Bréfritari: Benedikt Hálfdanarson
Dagsetning: A-1879-05-04
Skrifað á: Vesturheimi

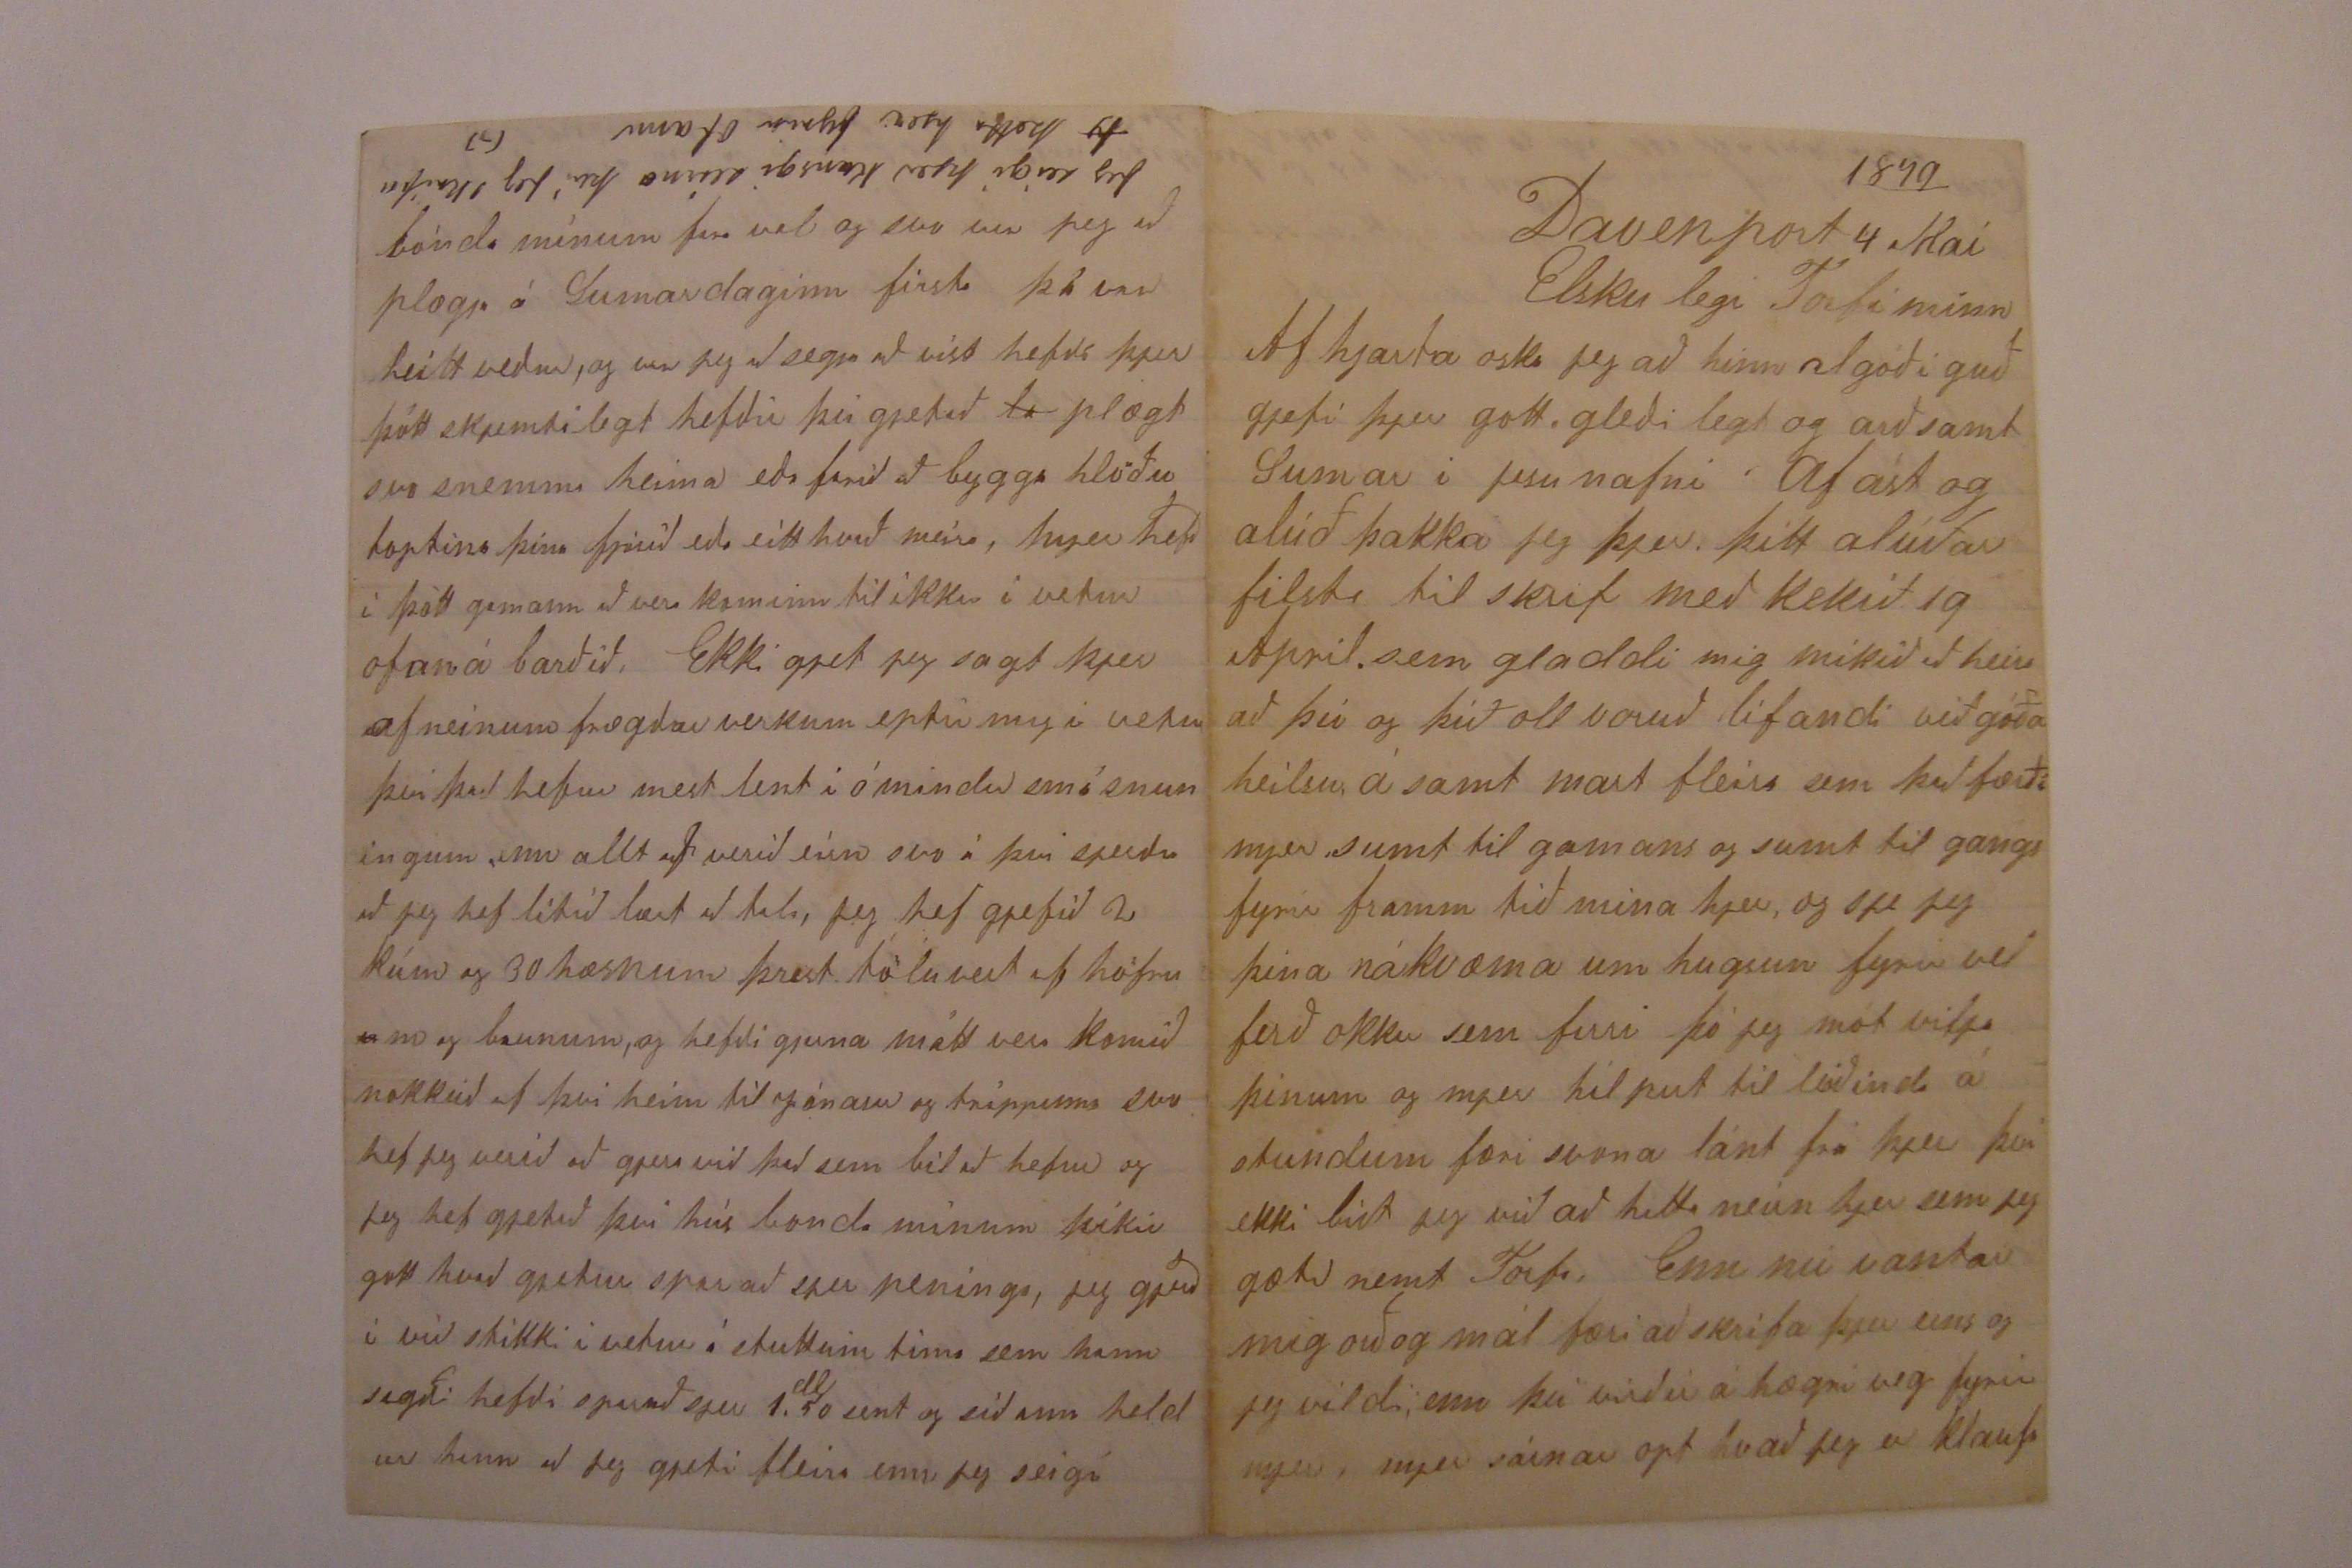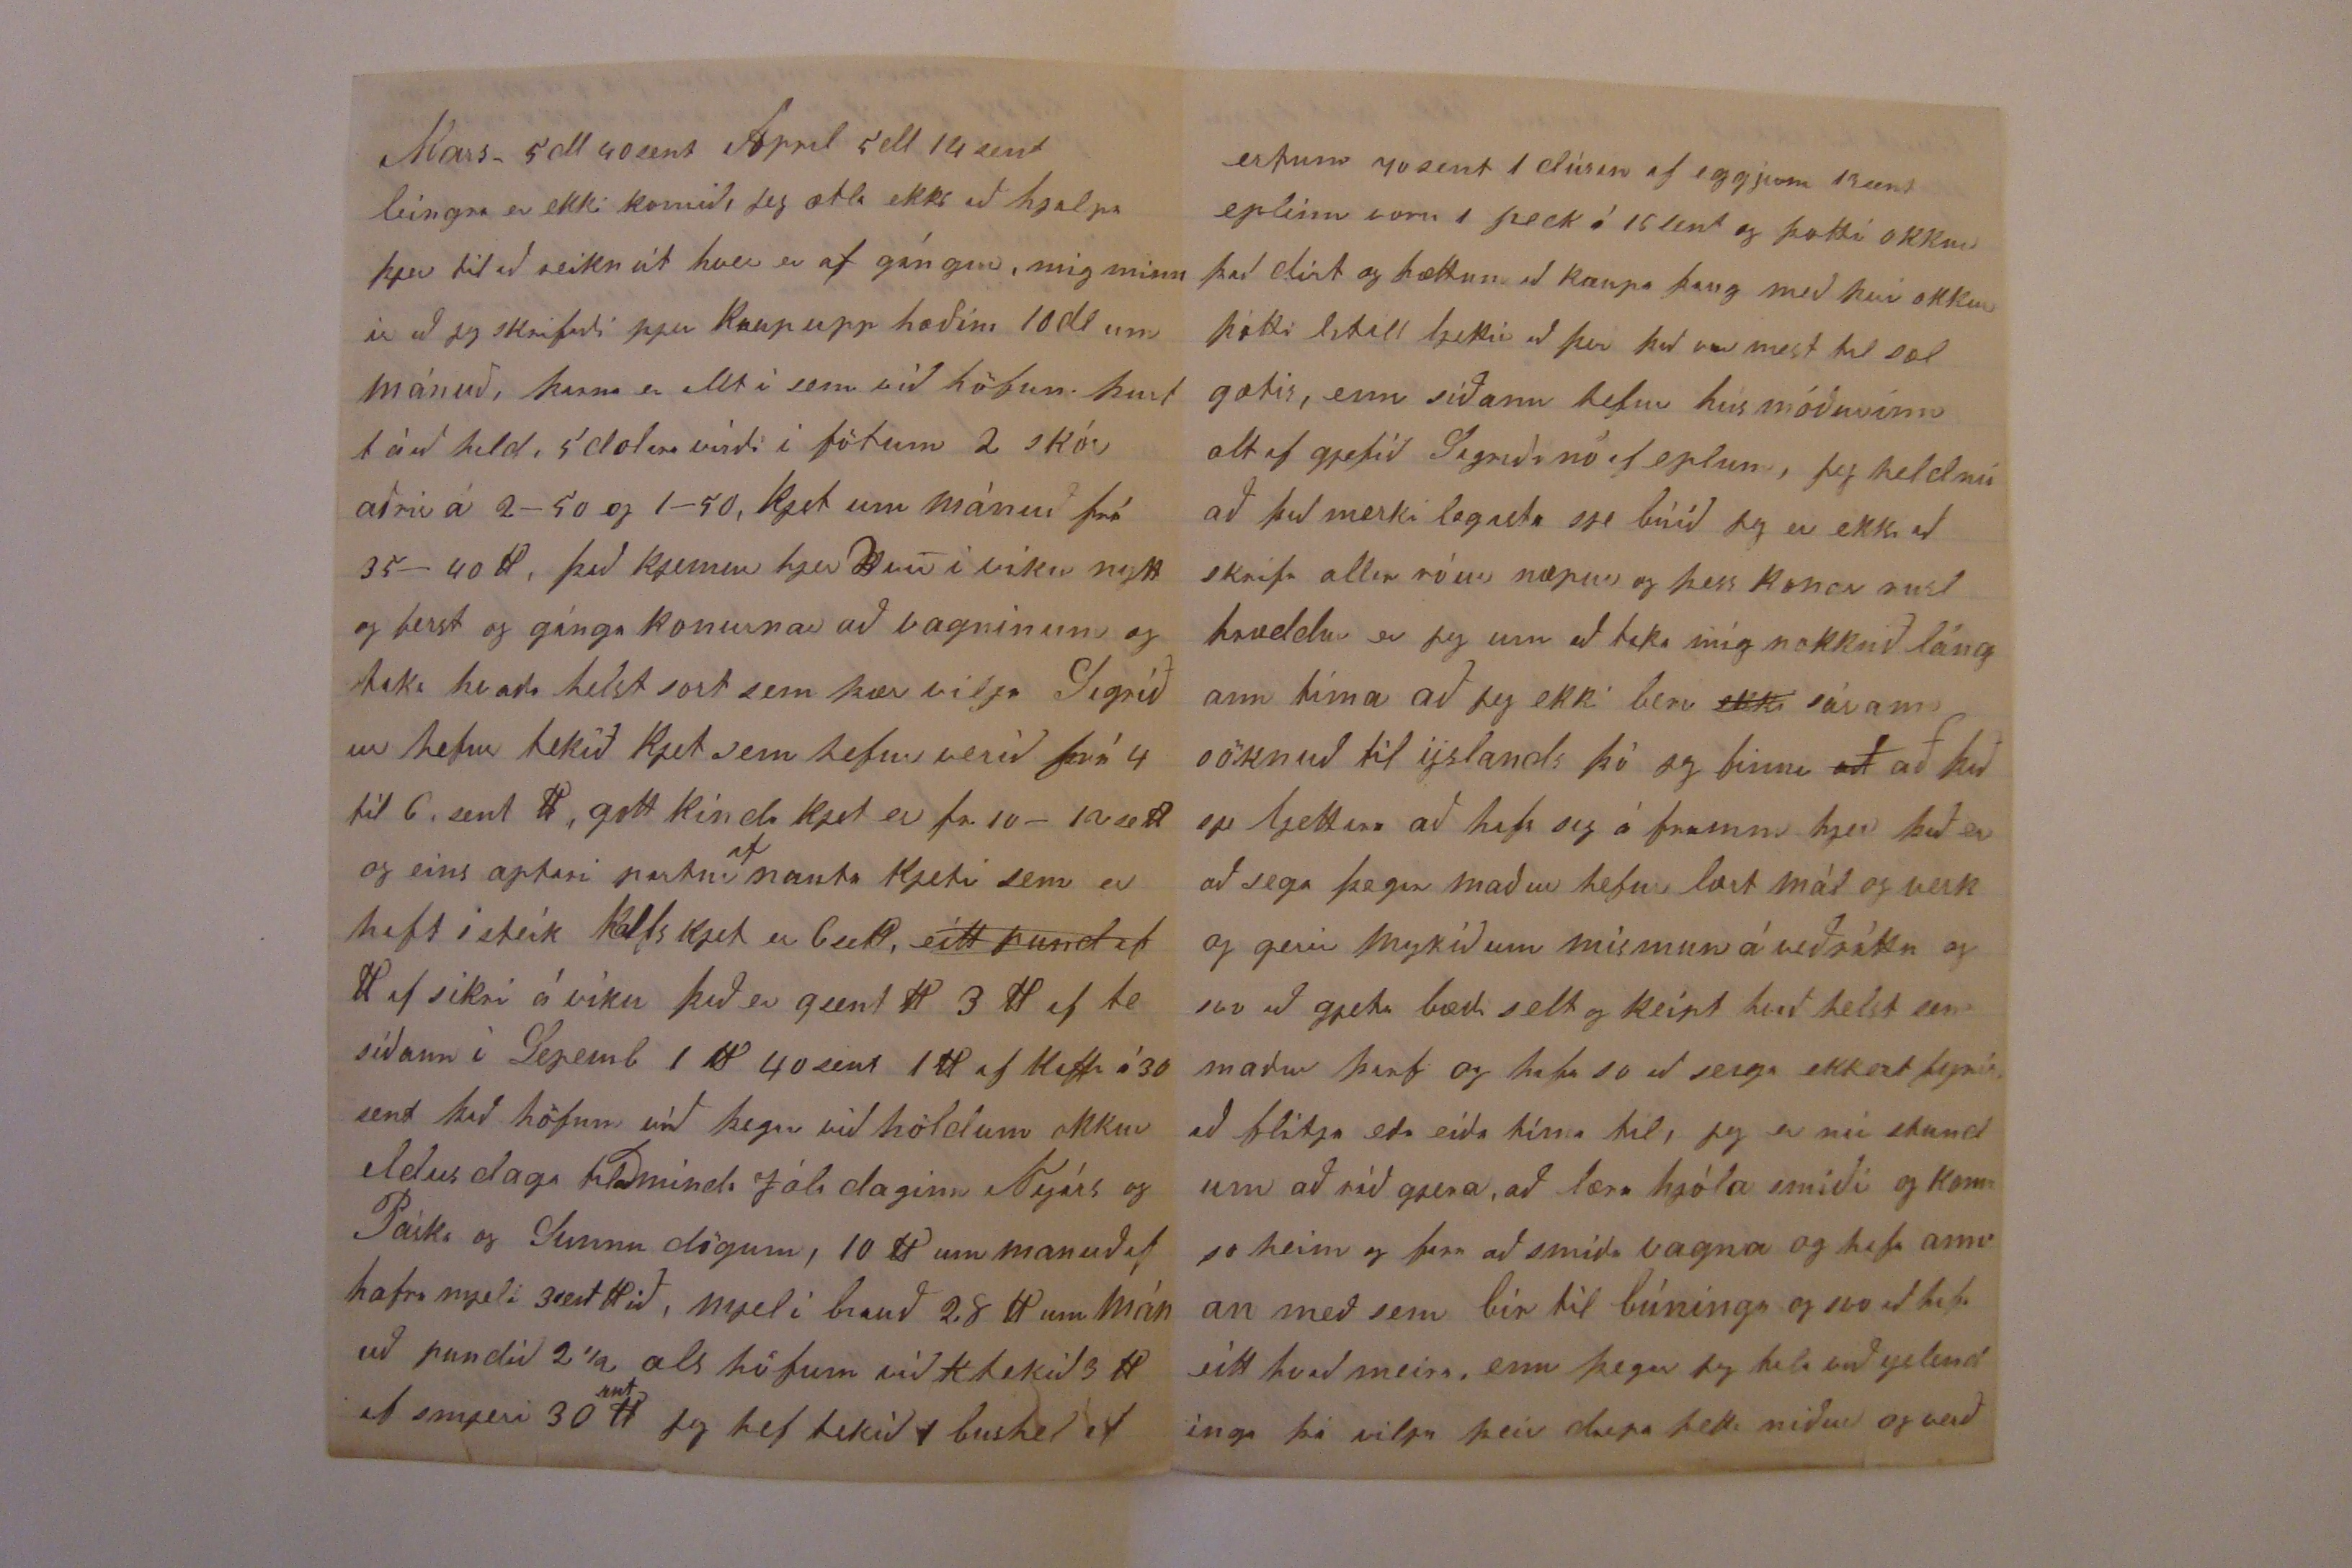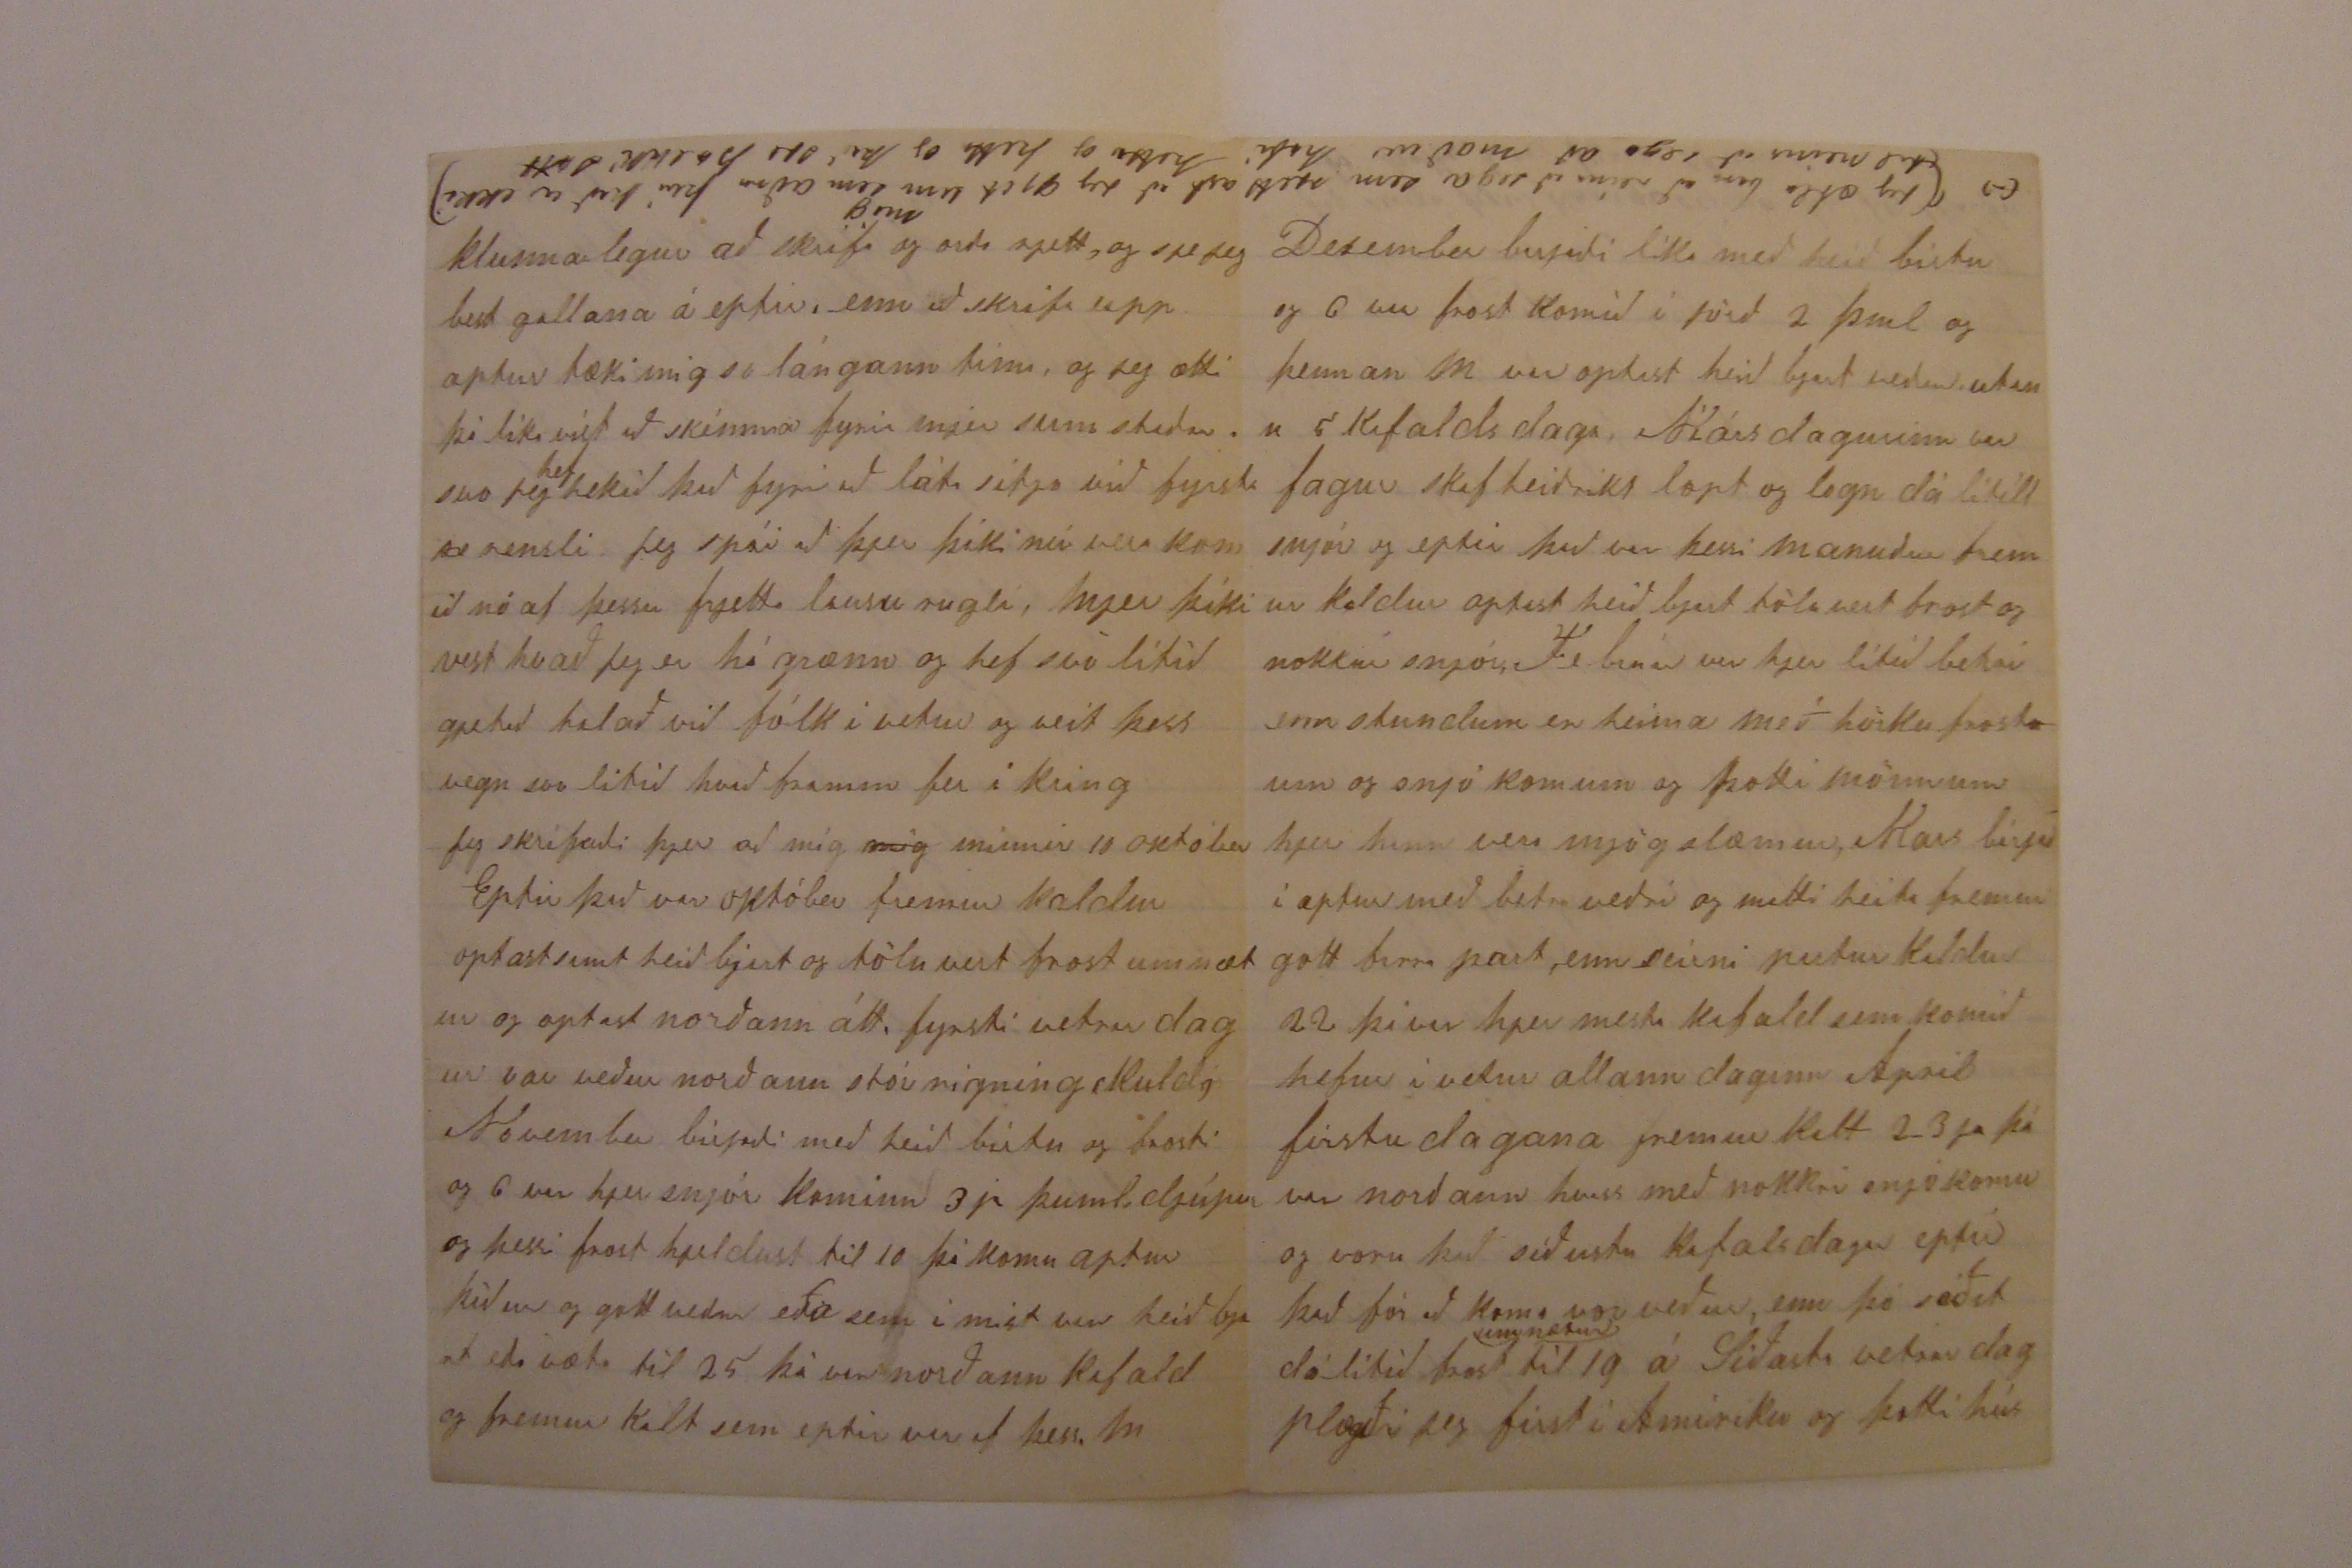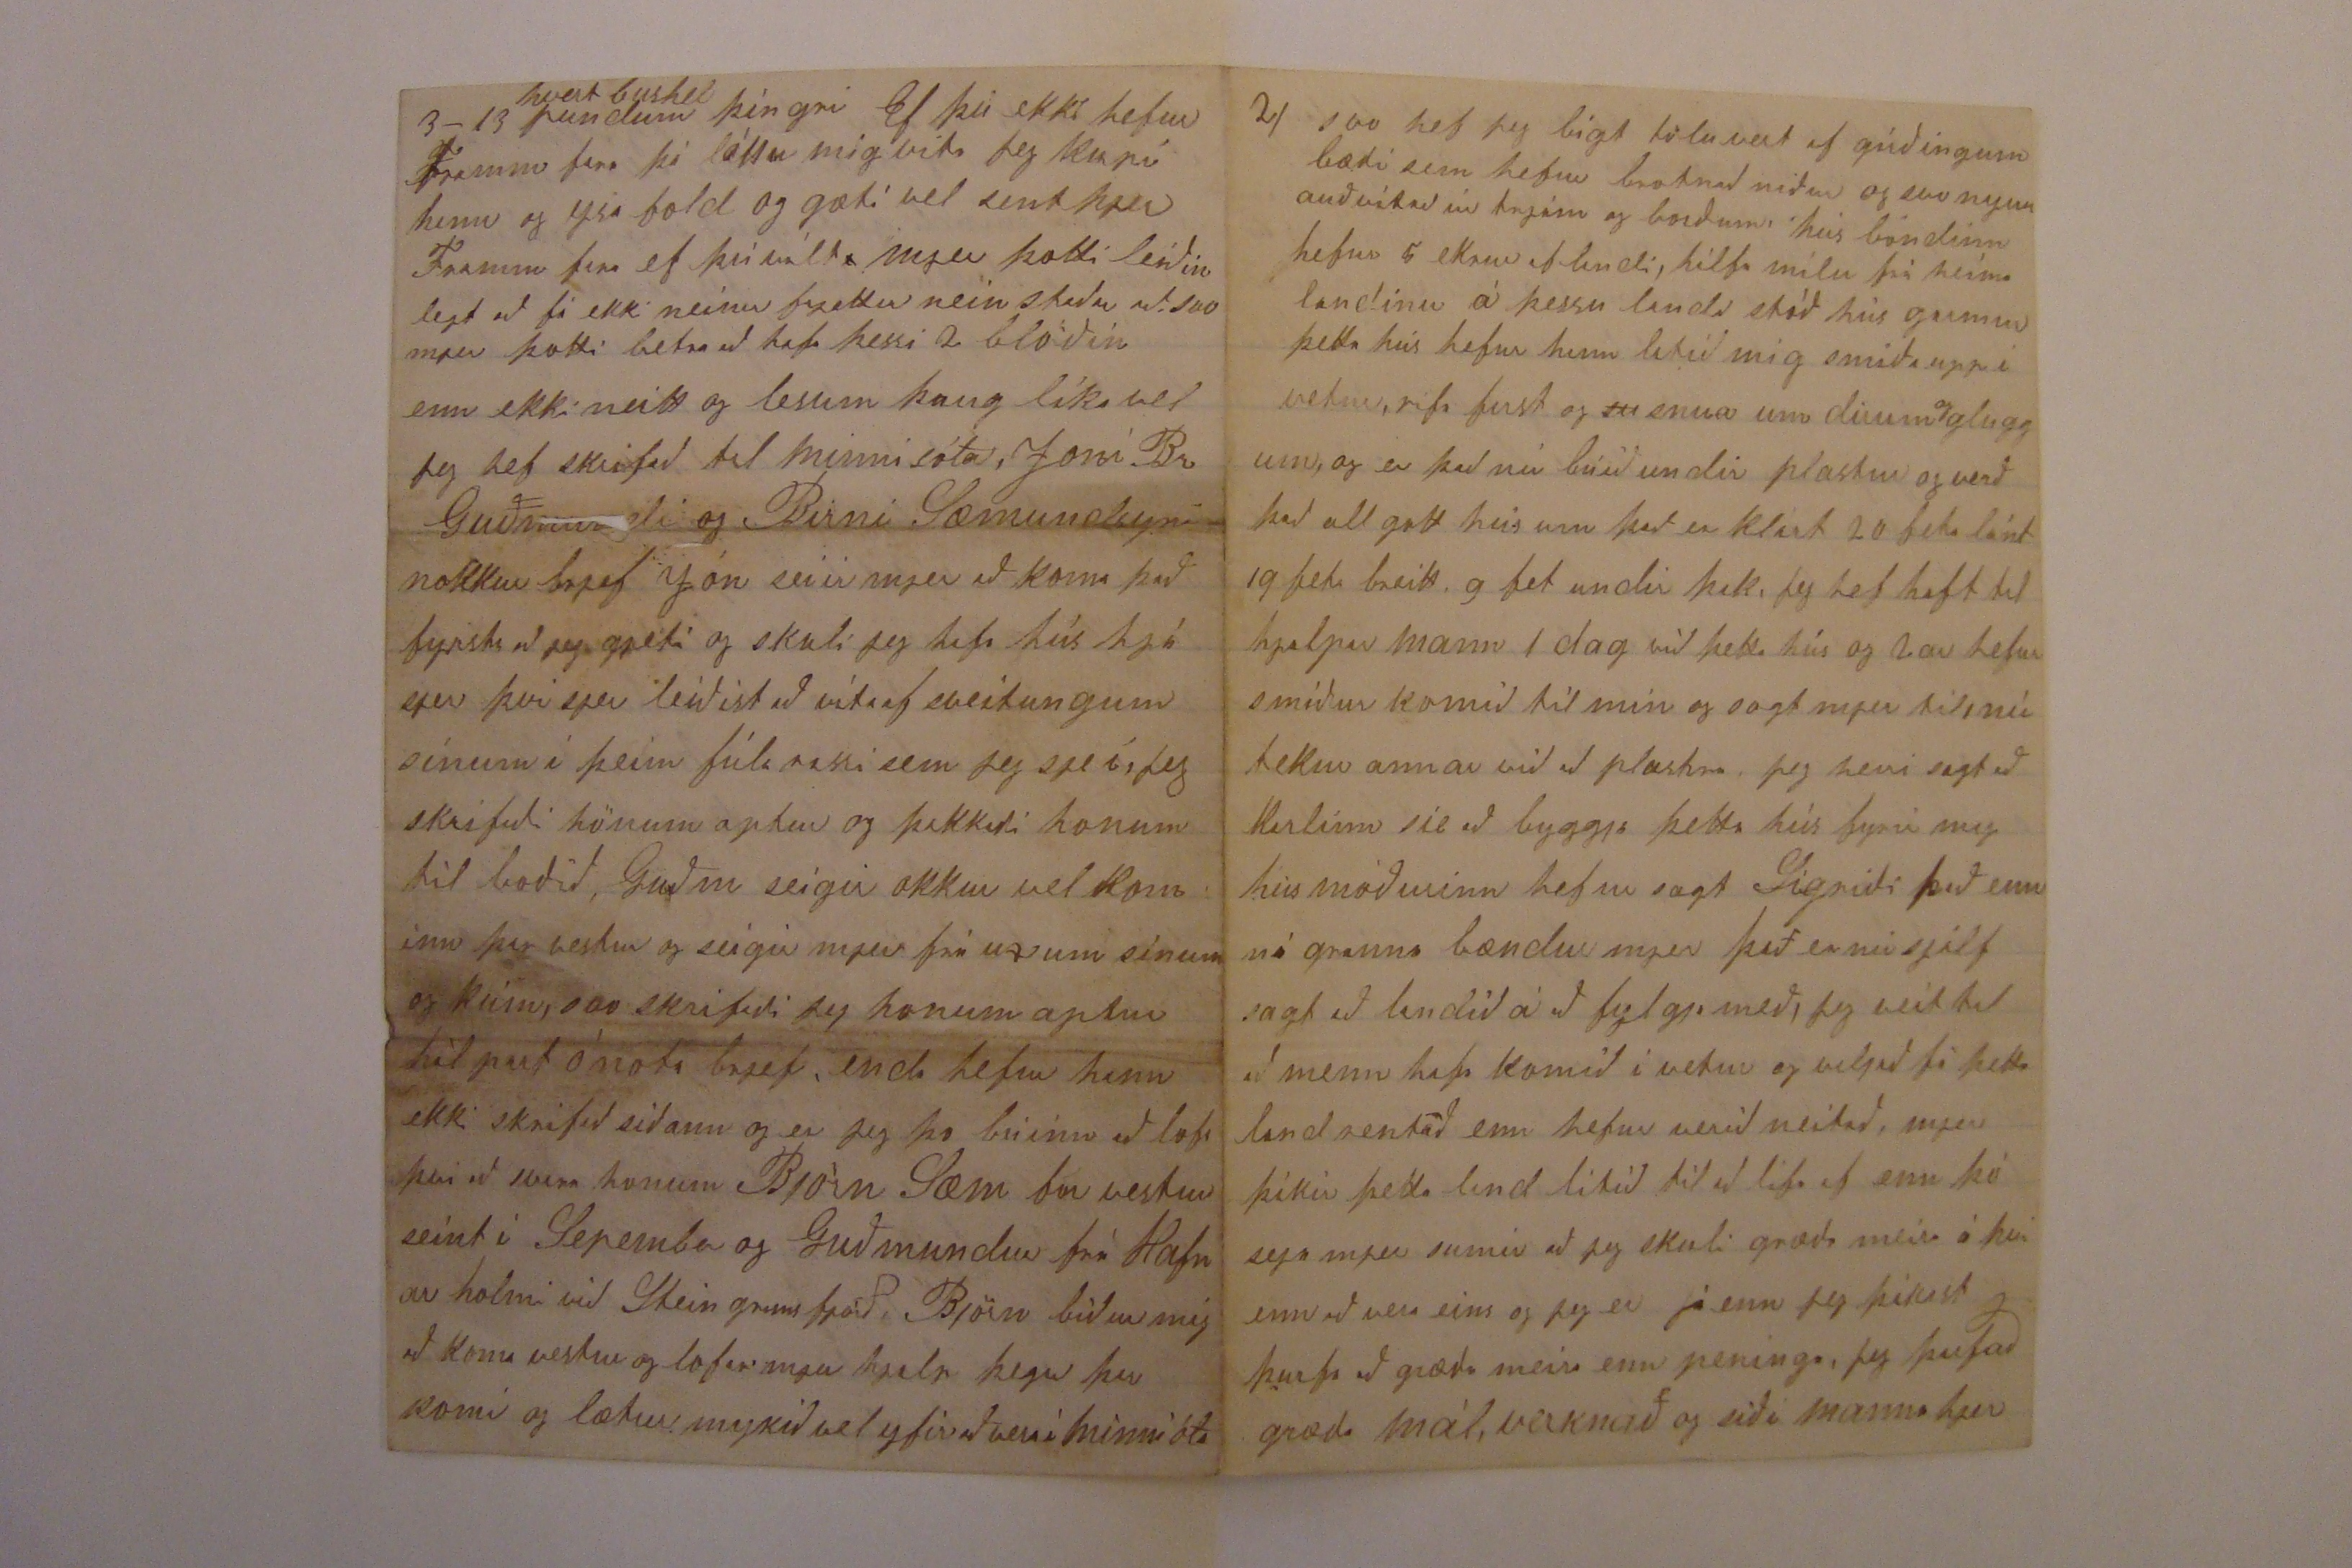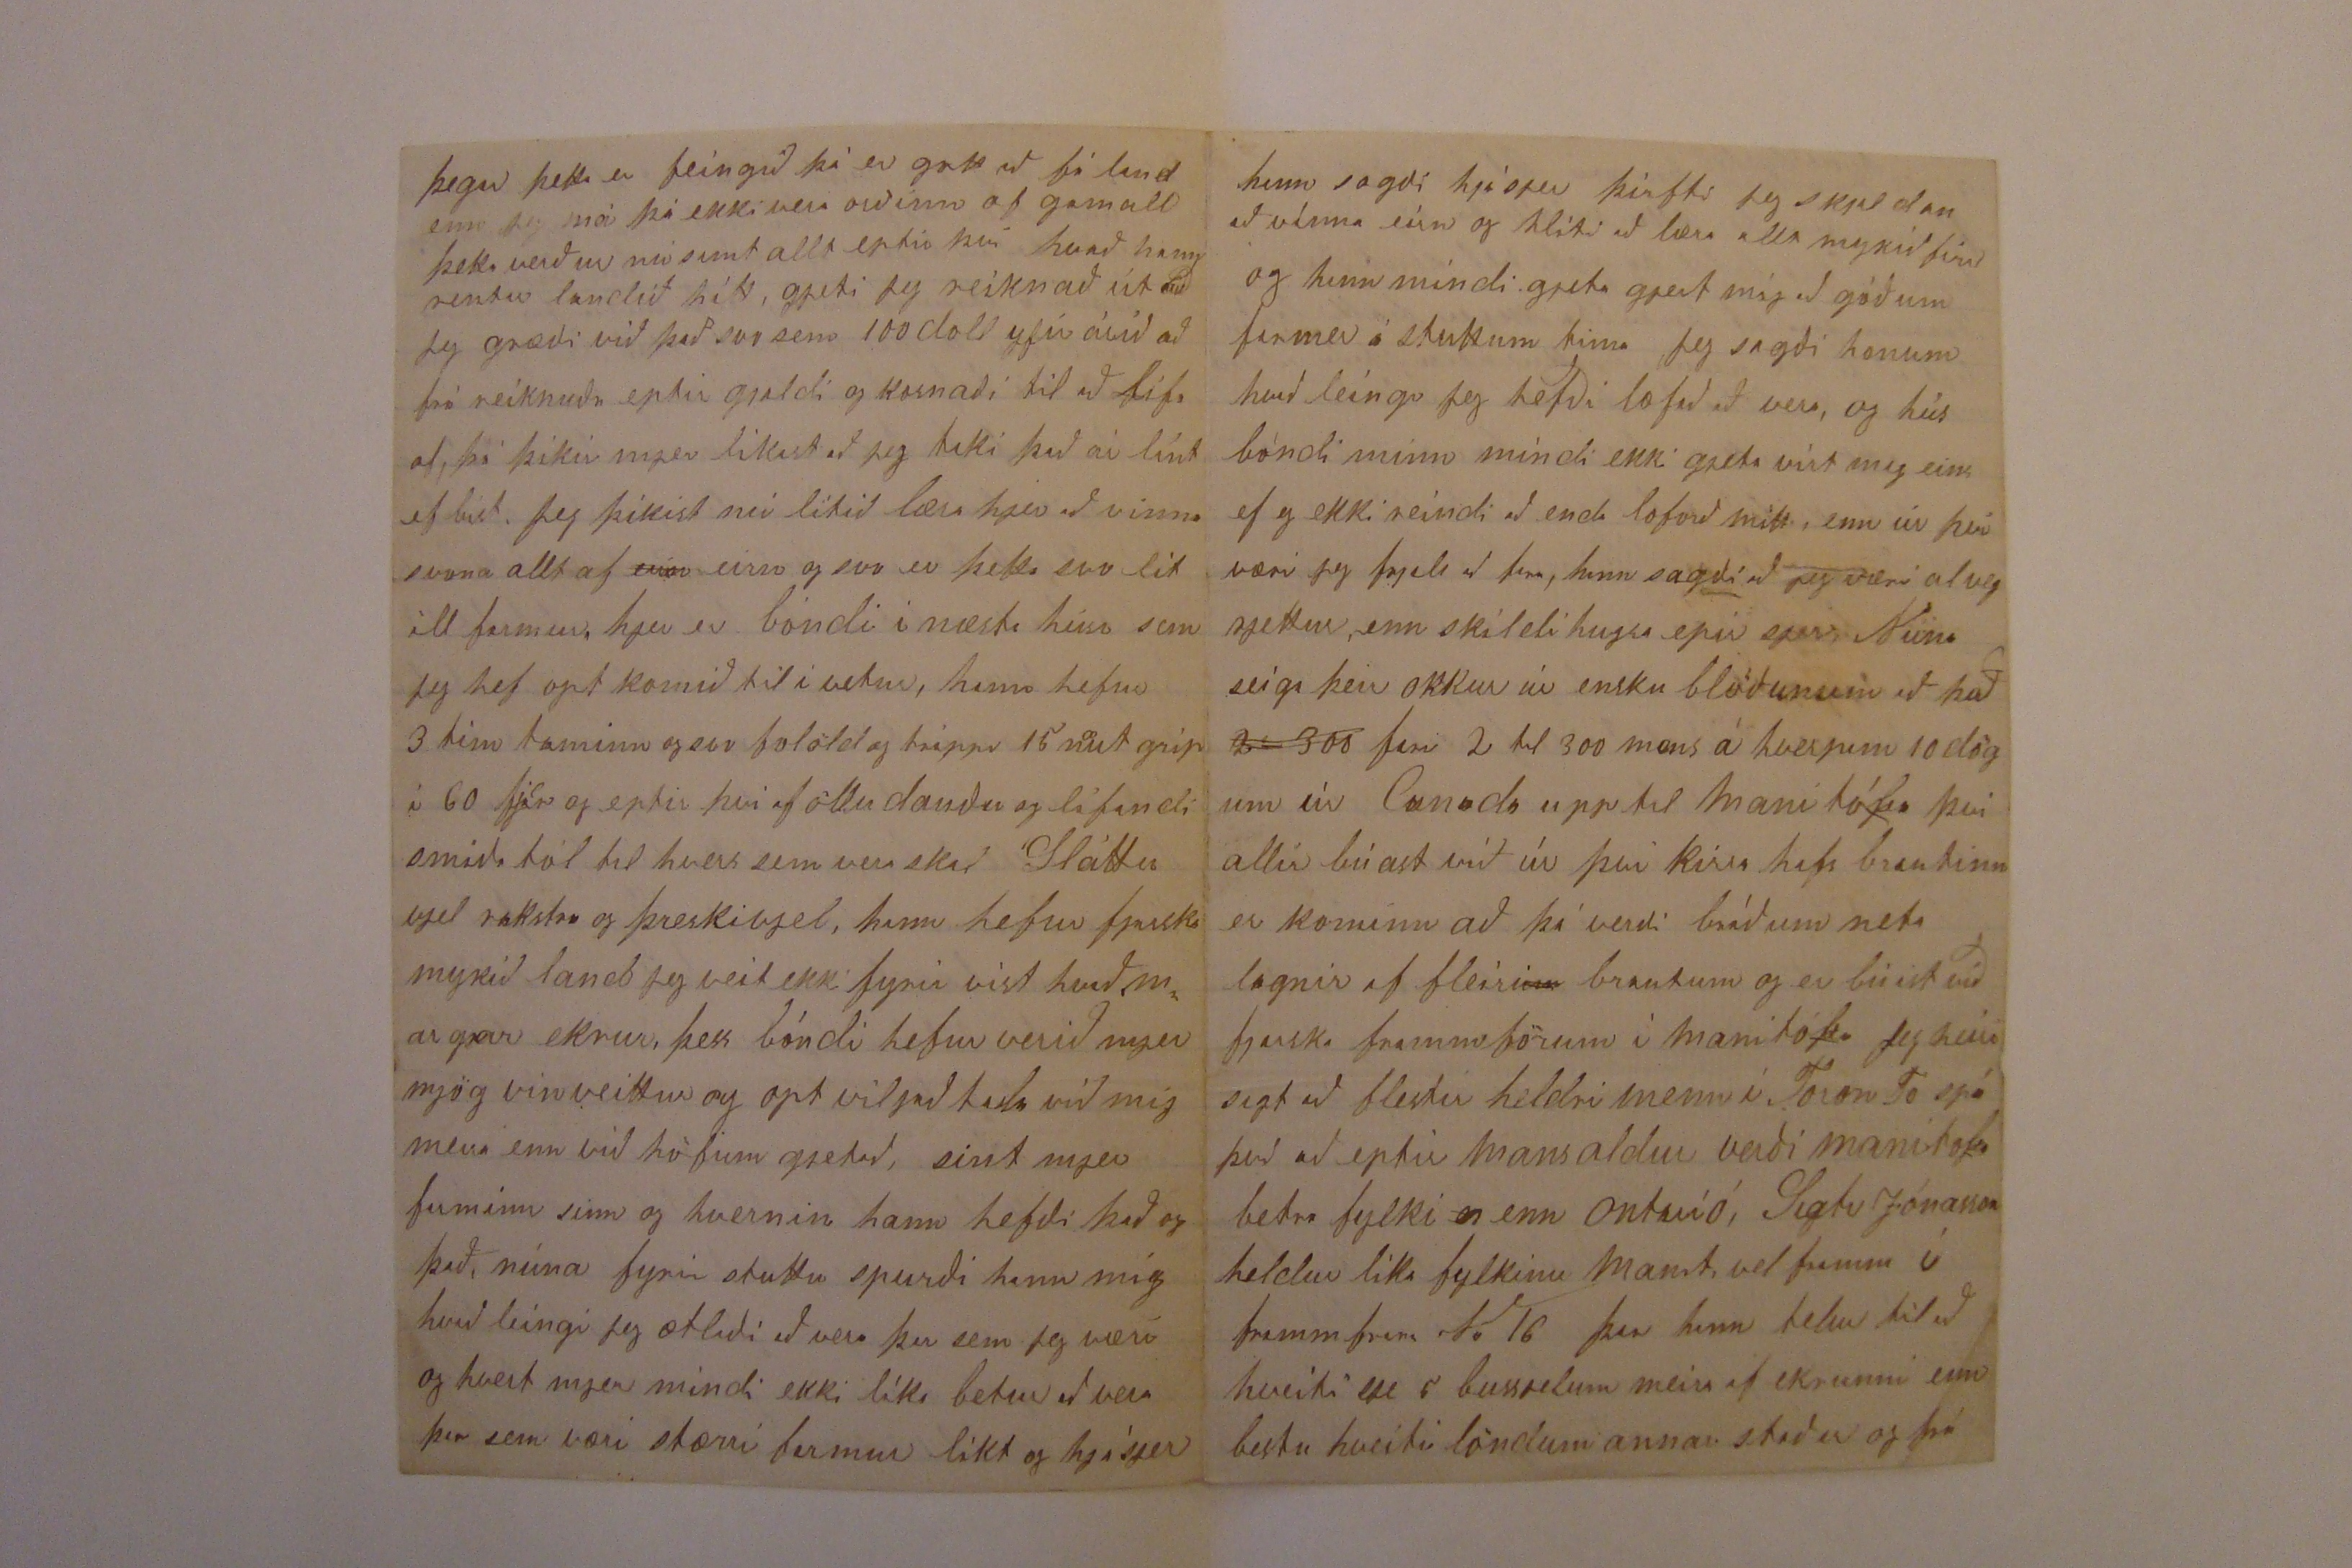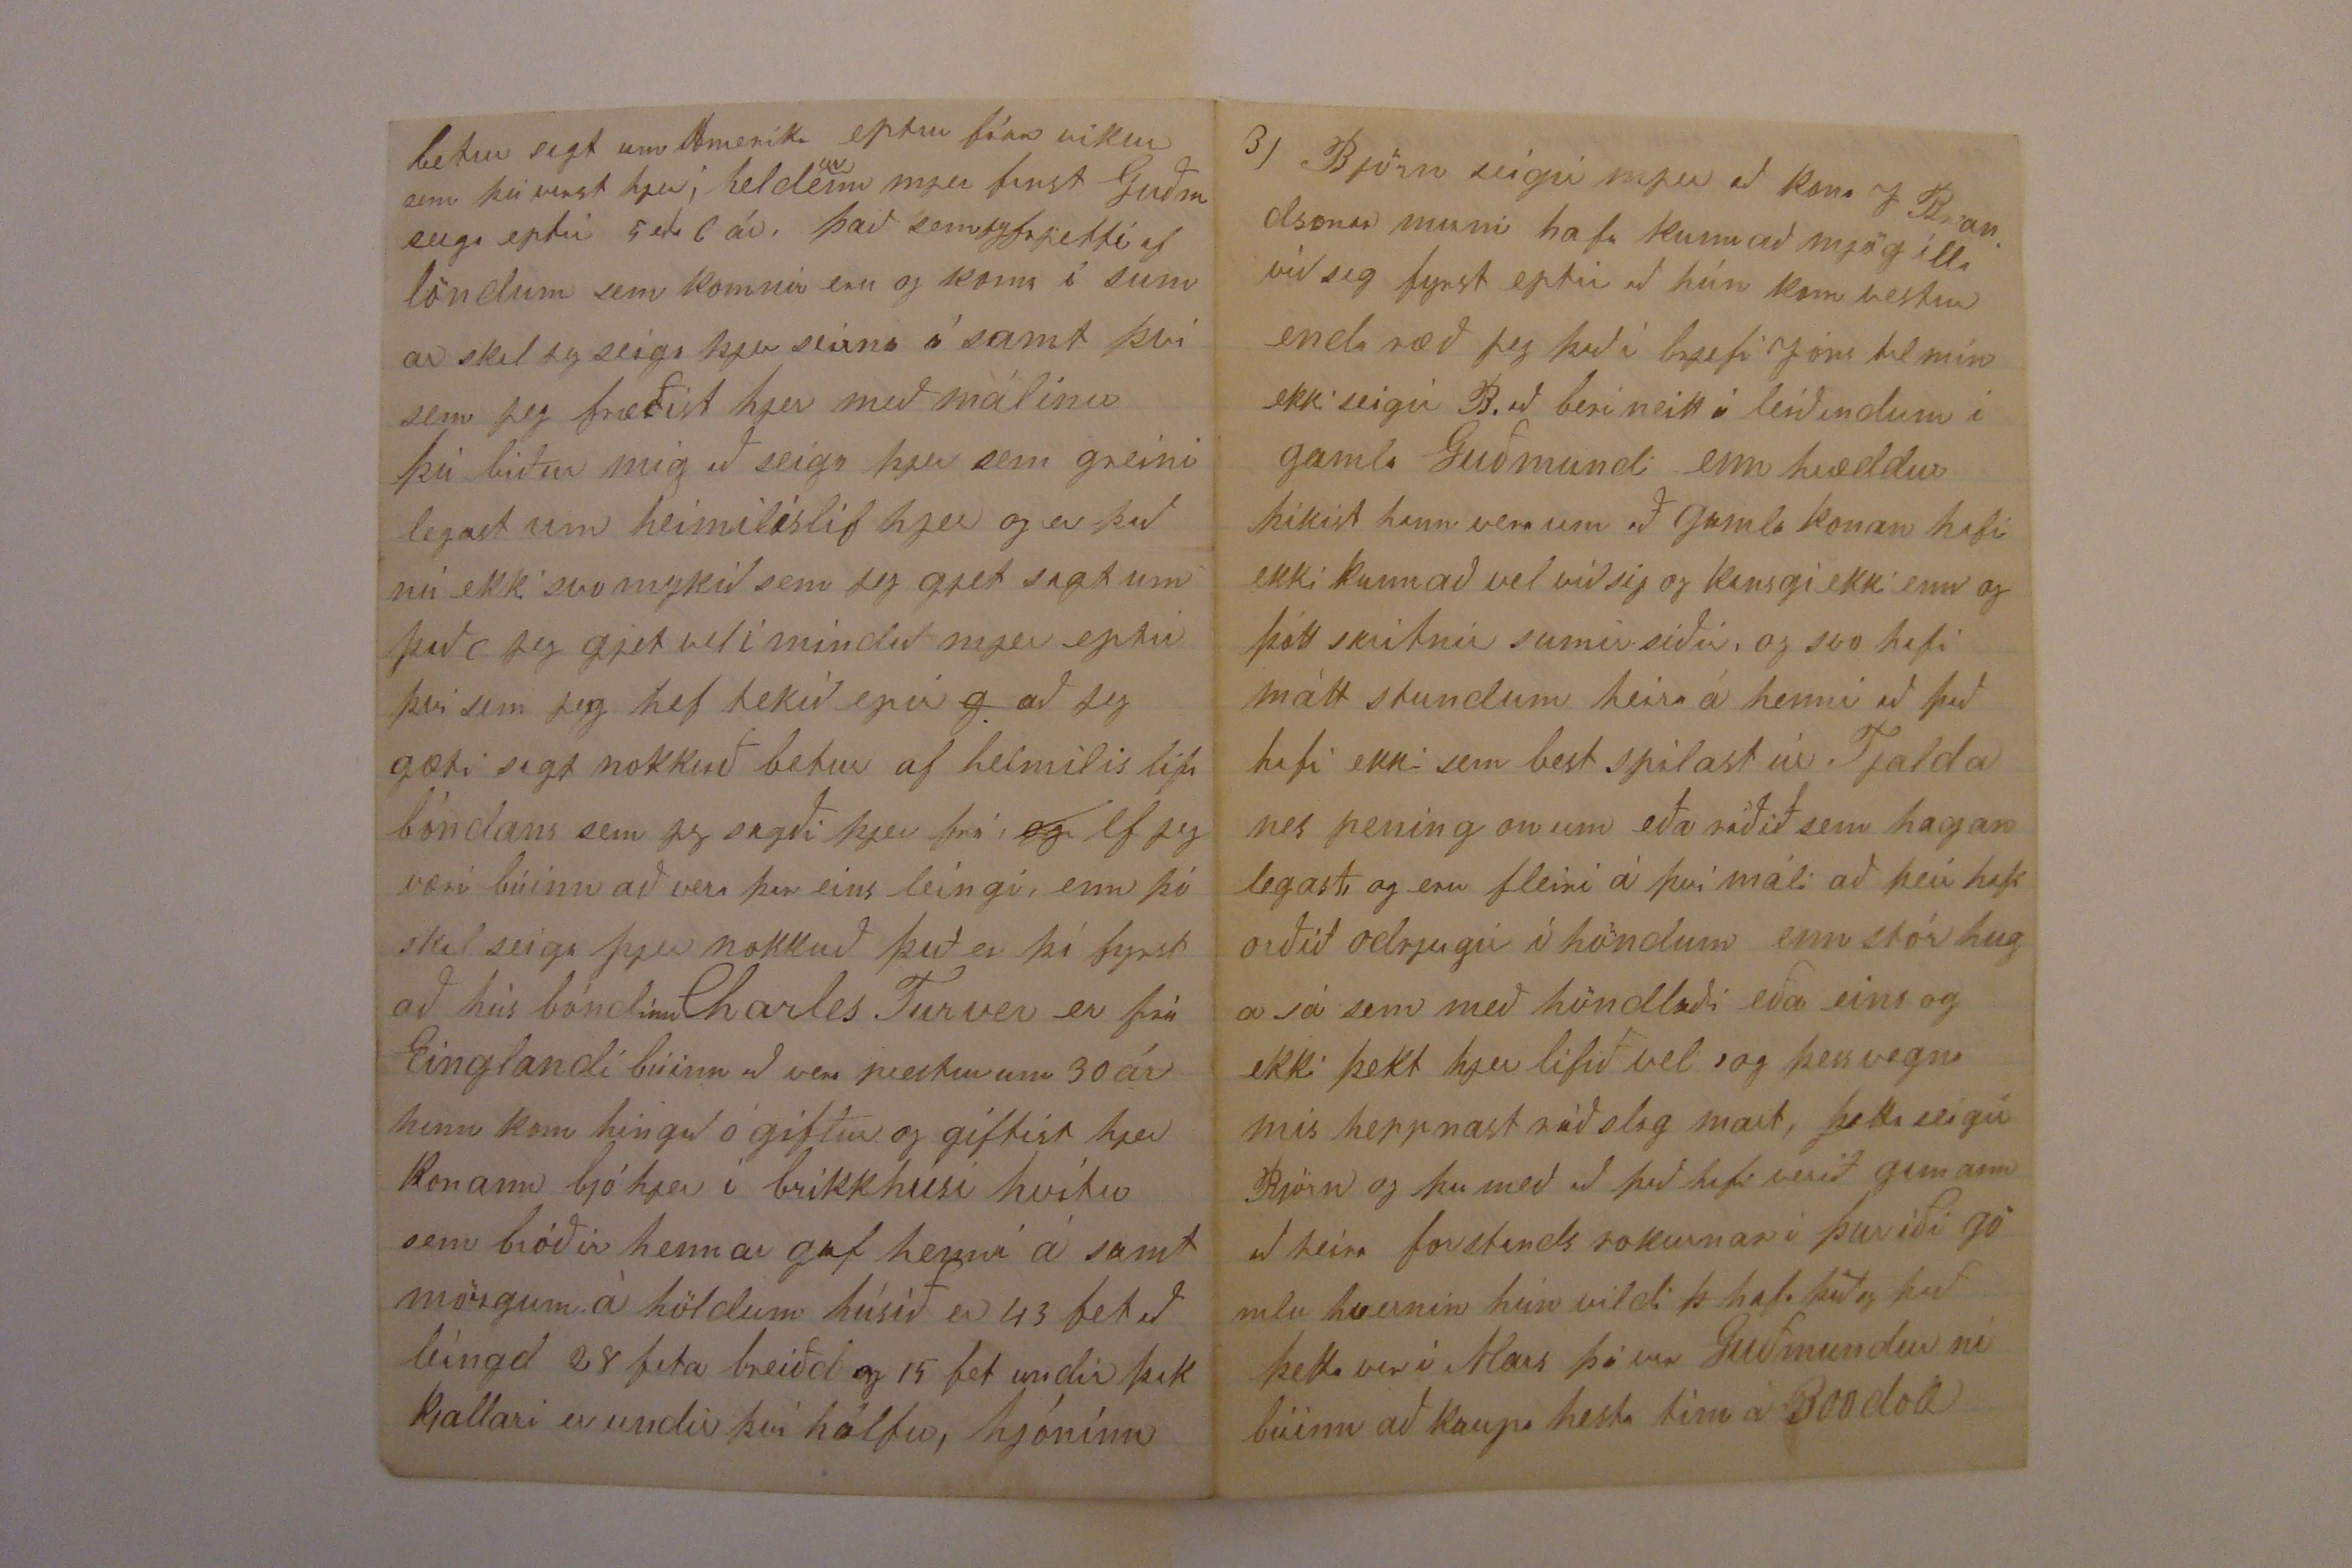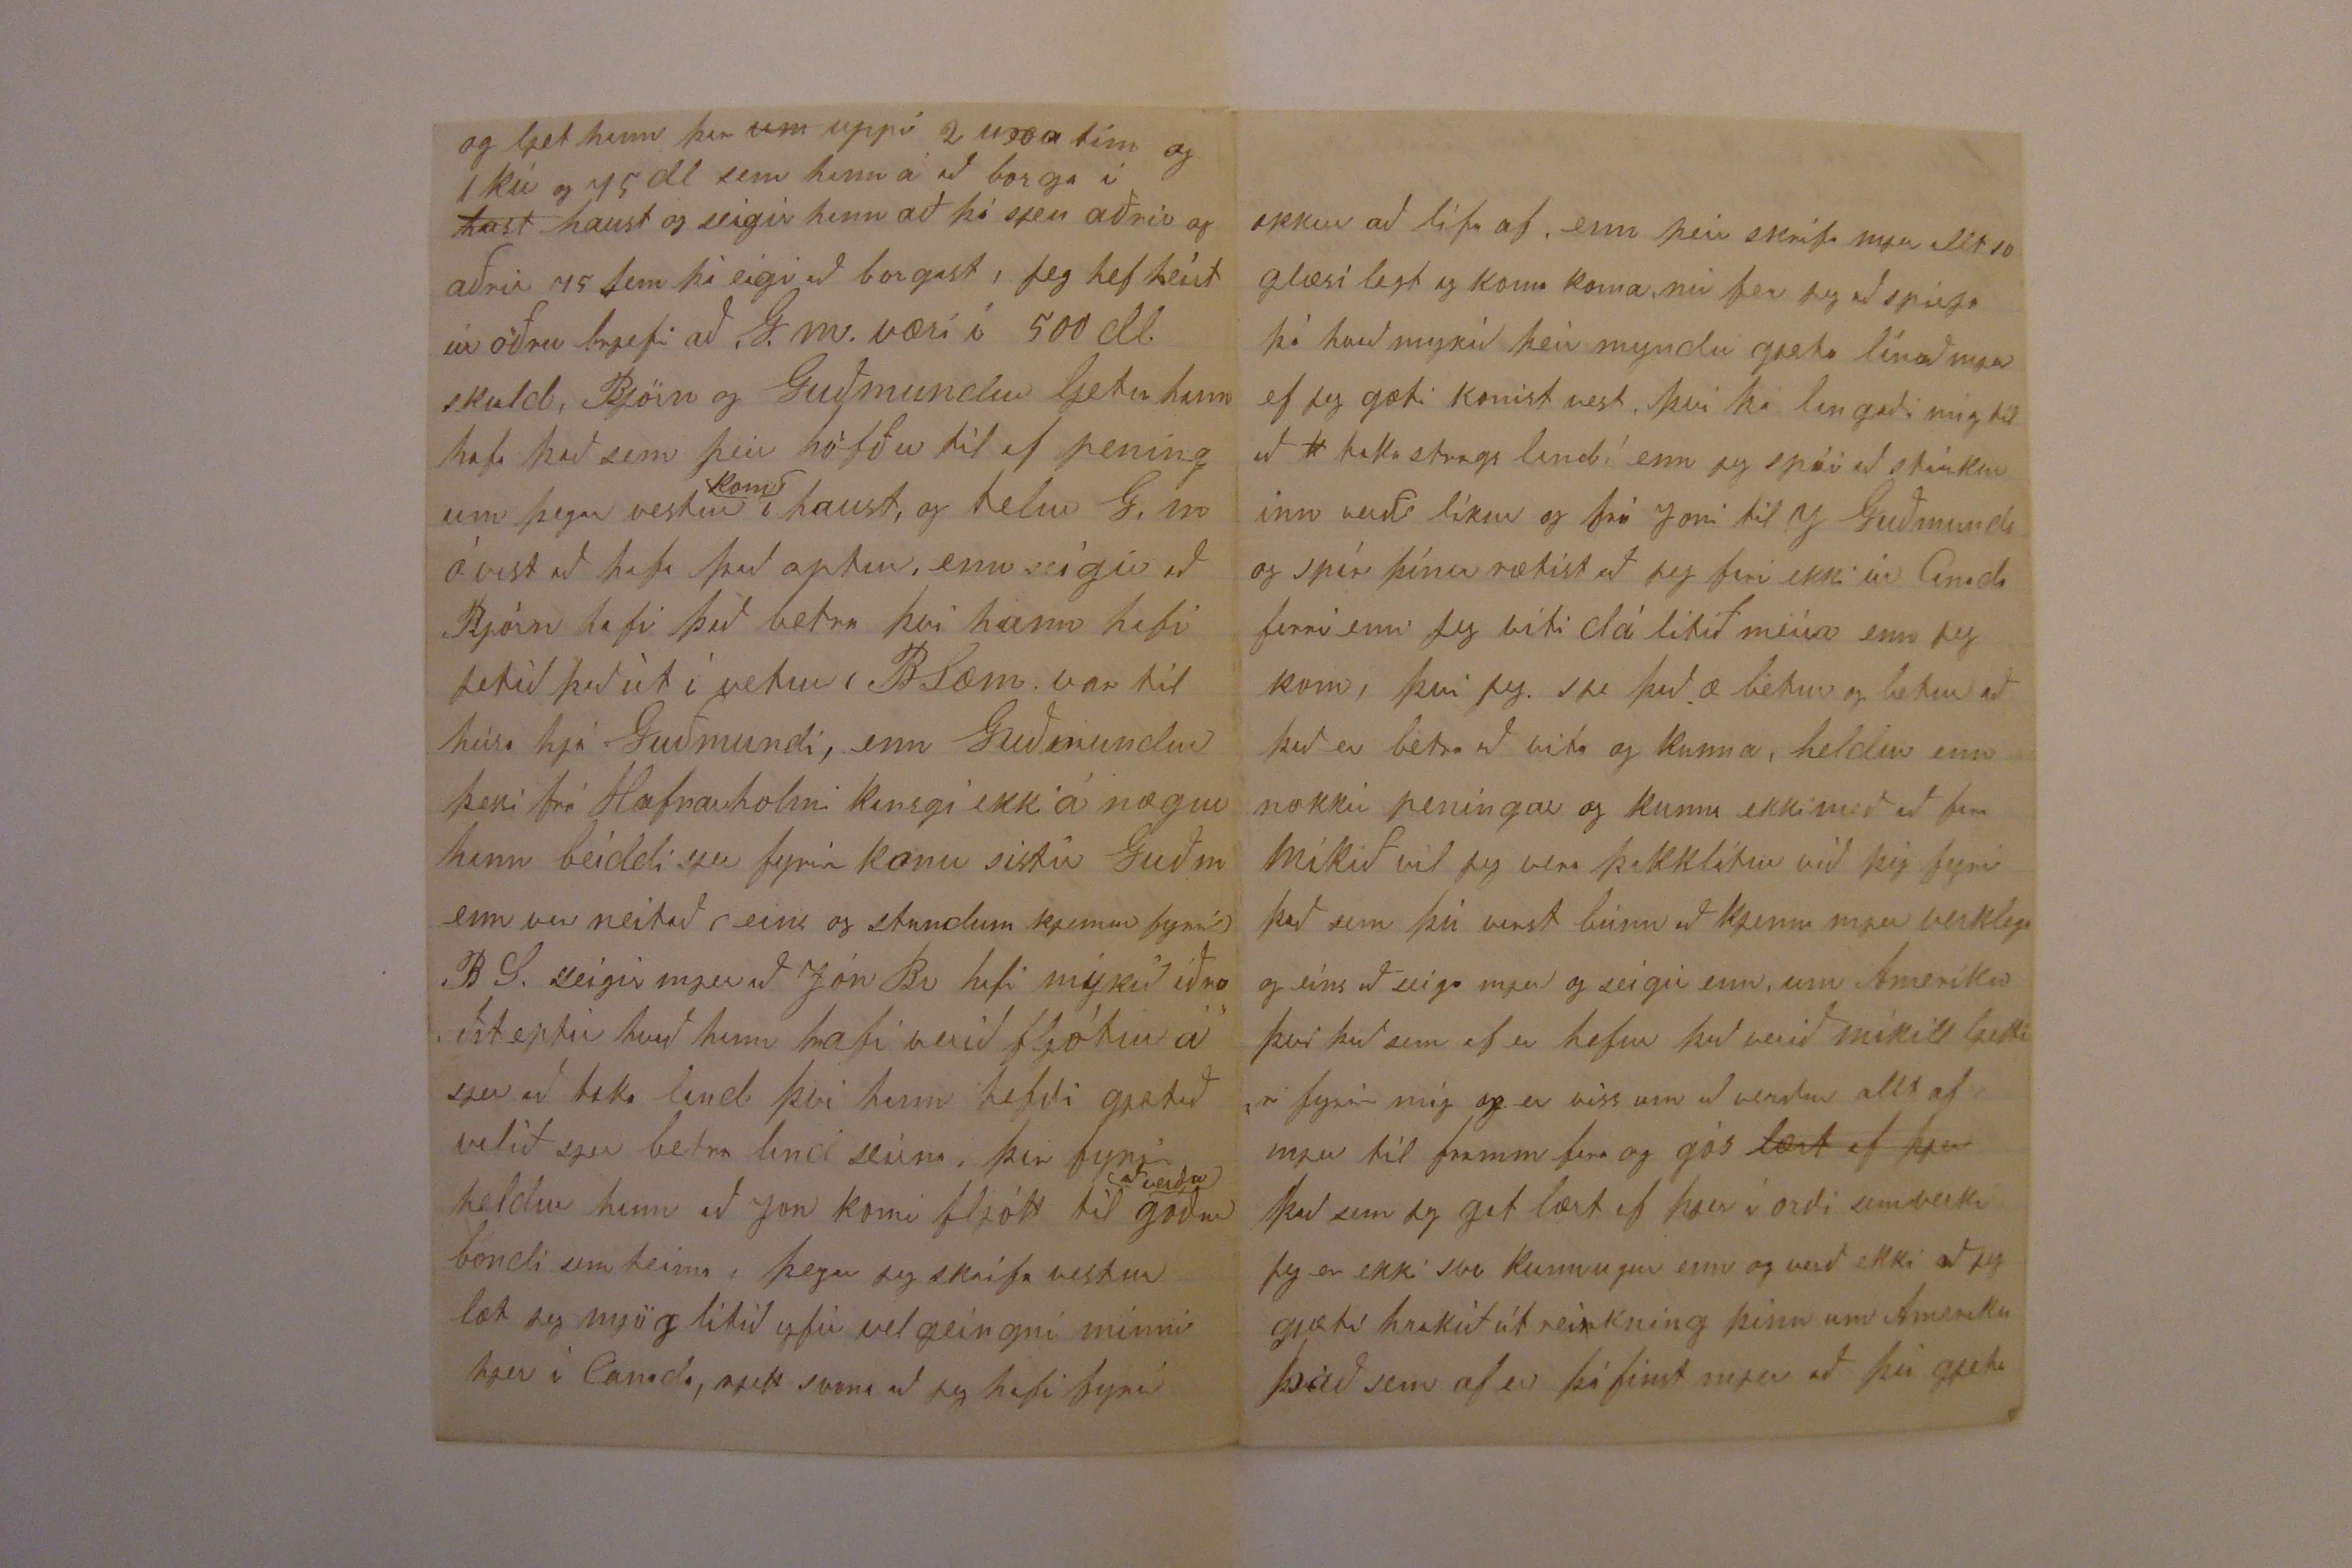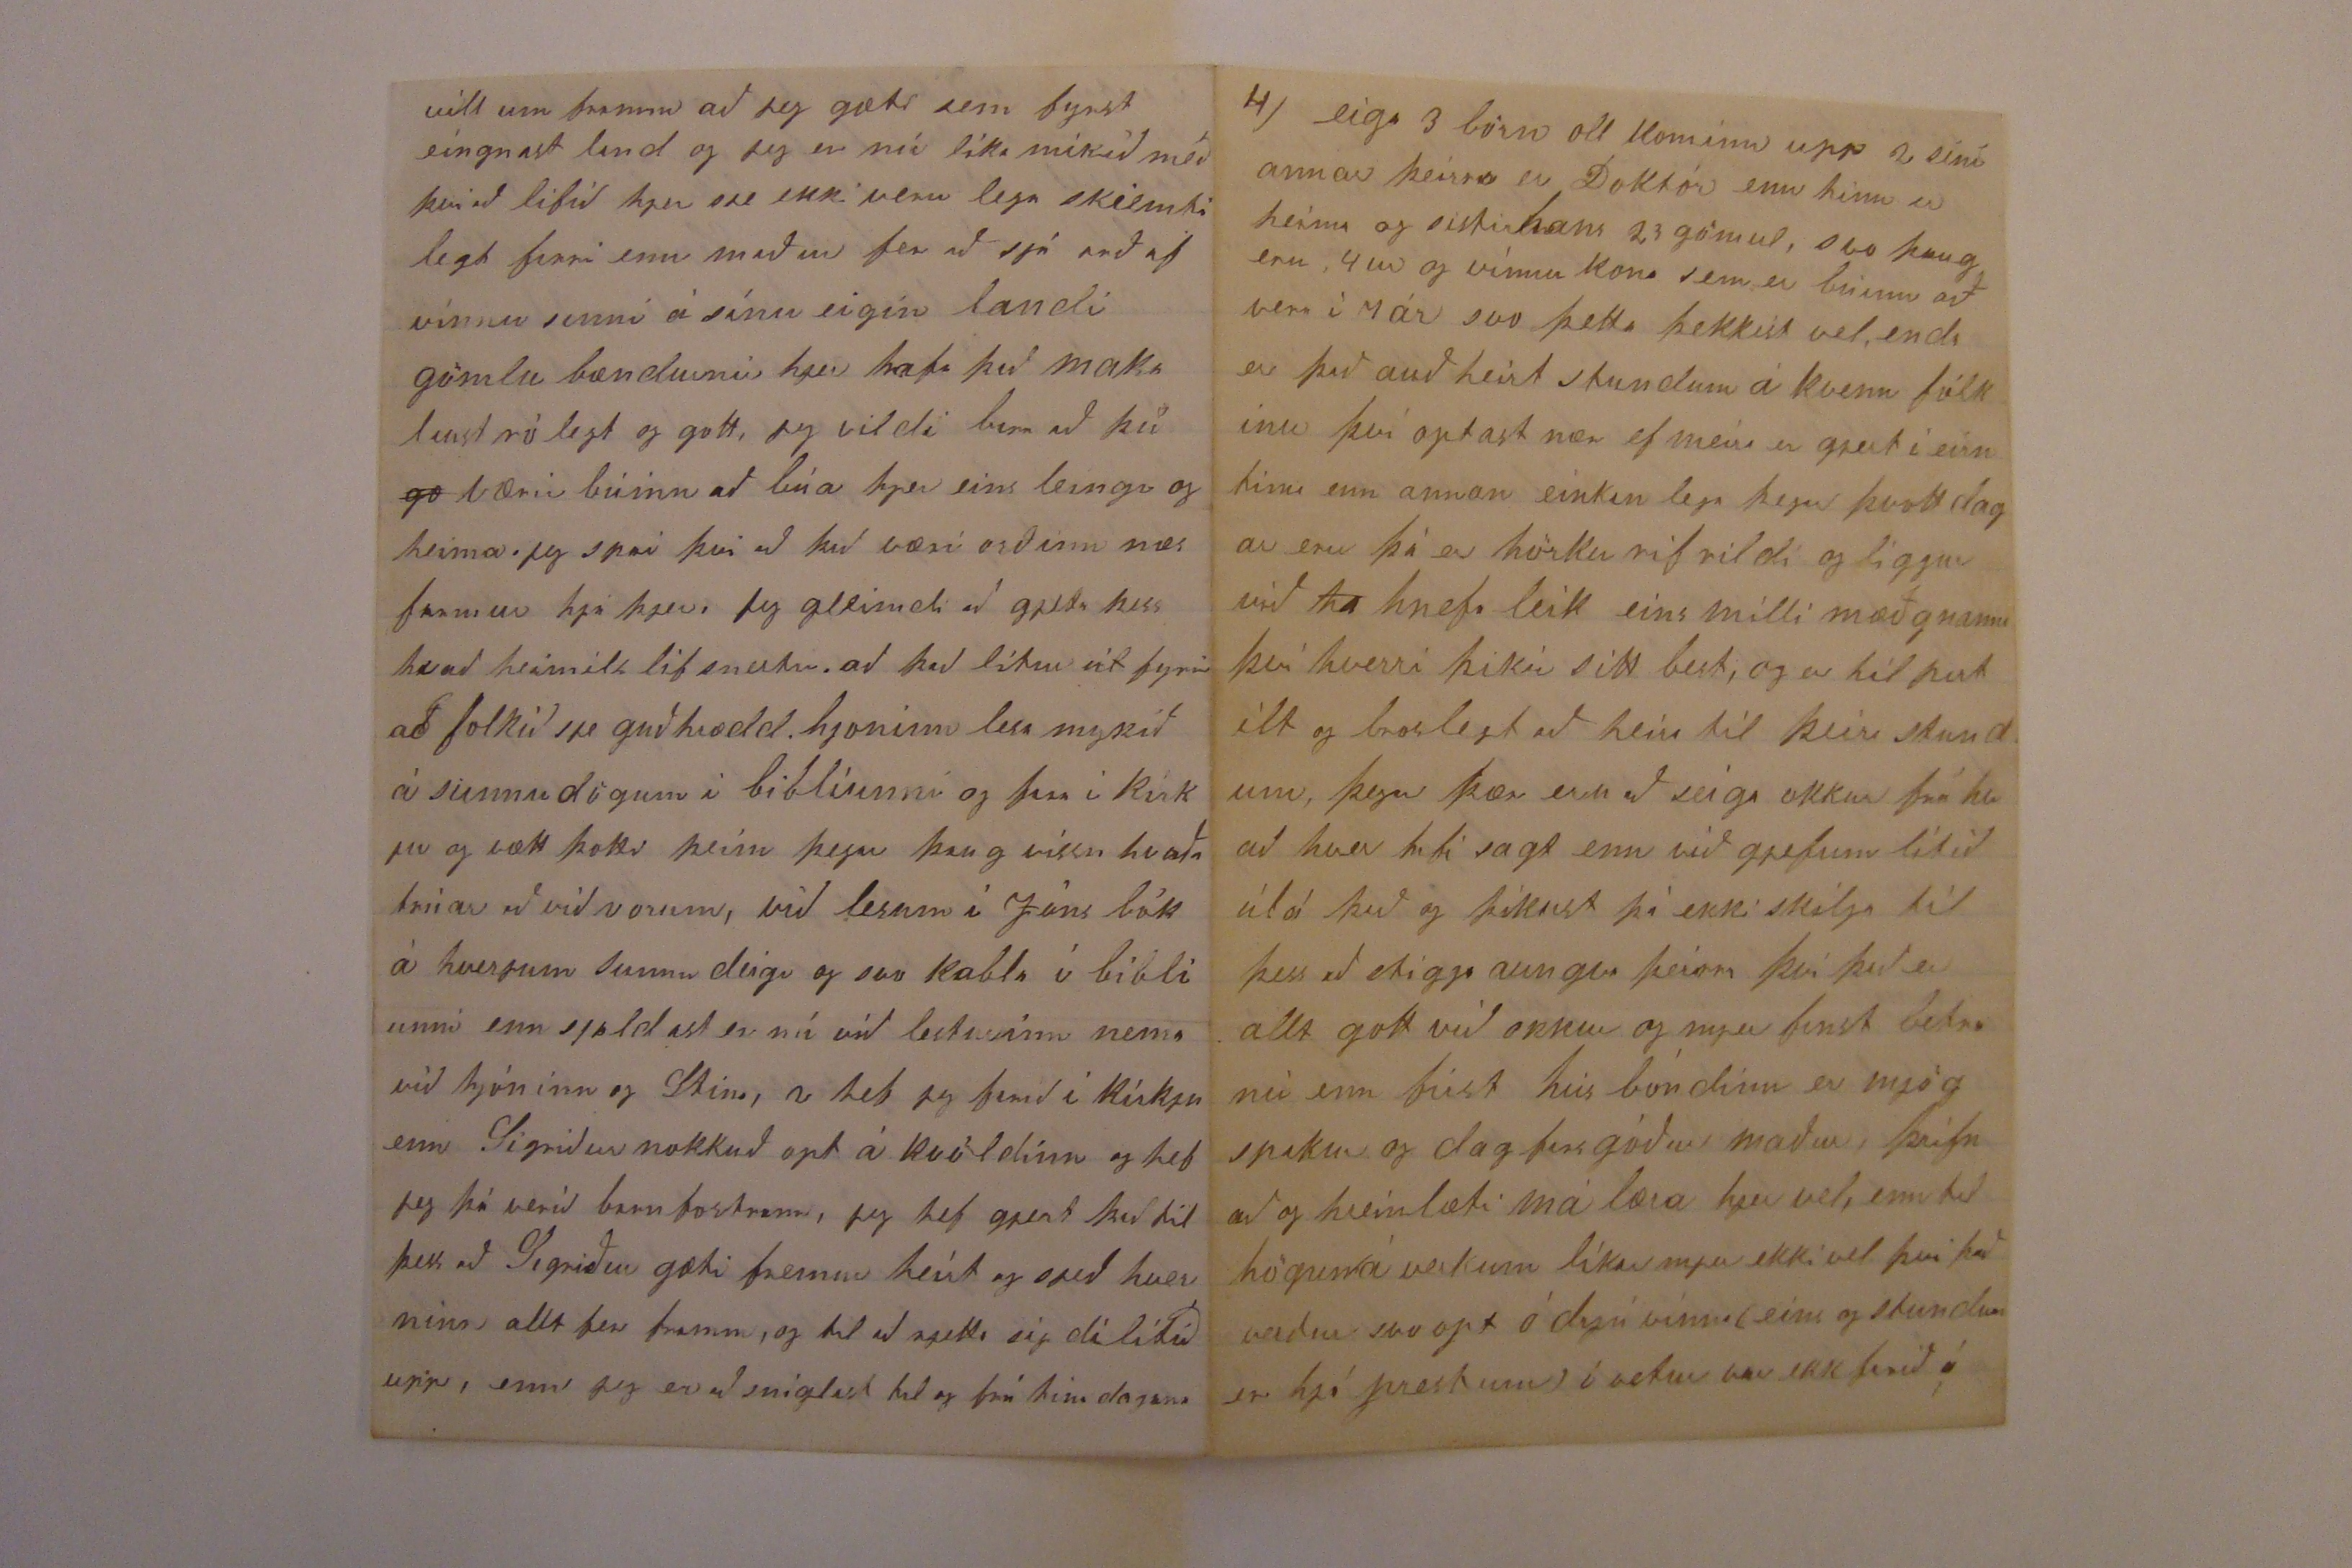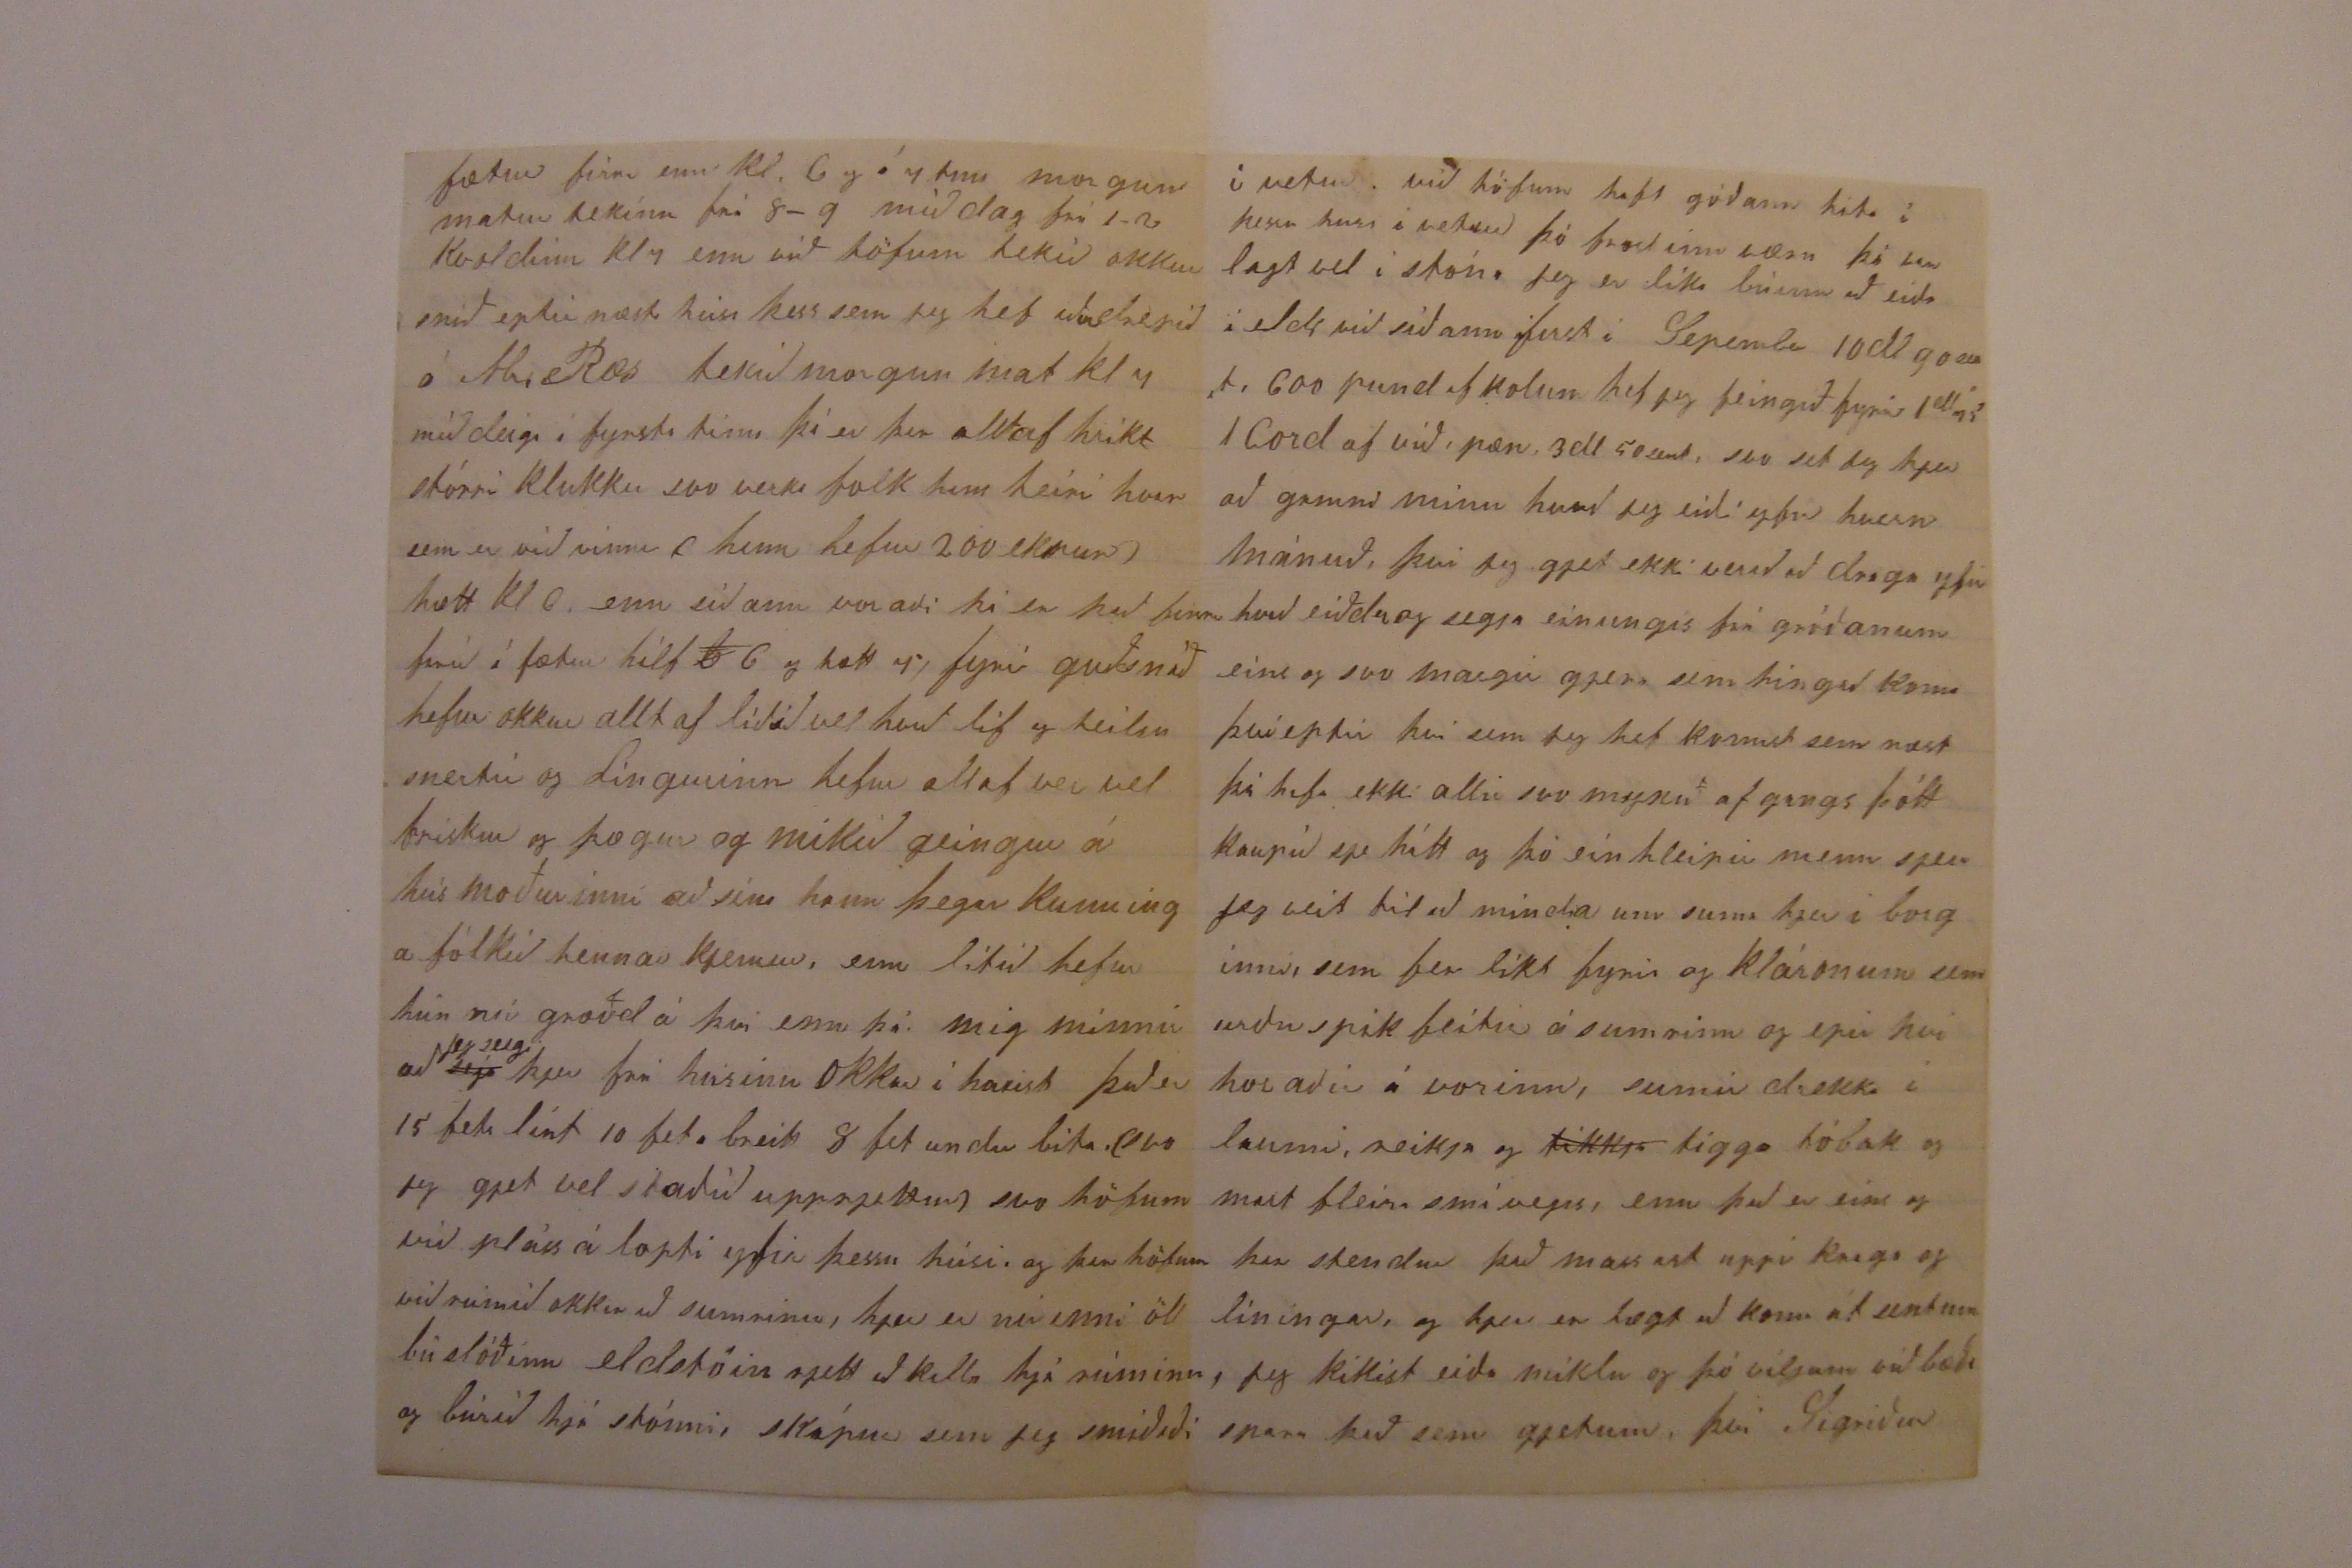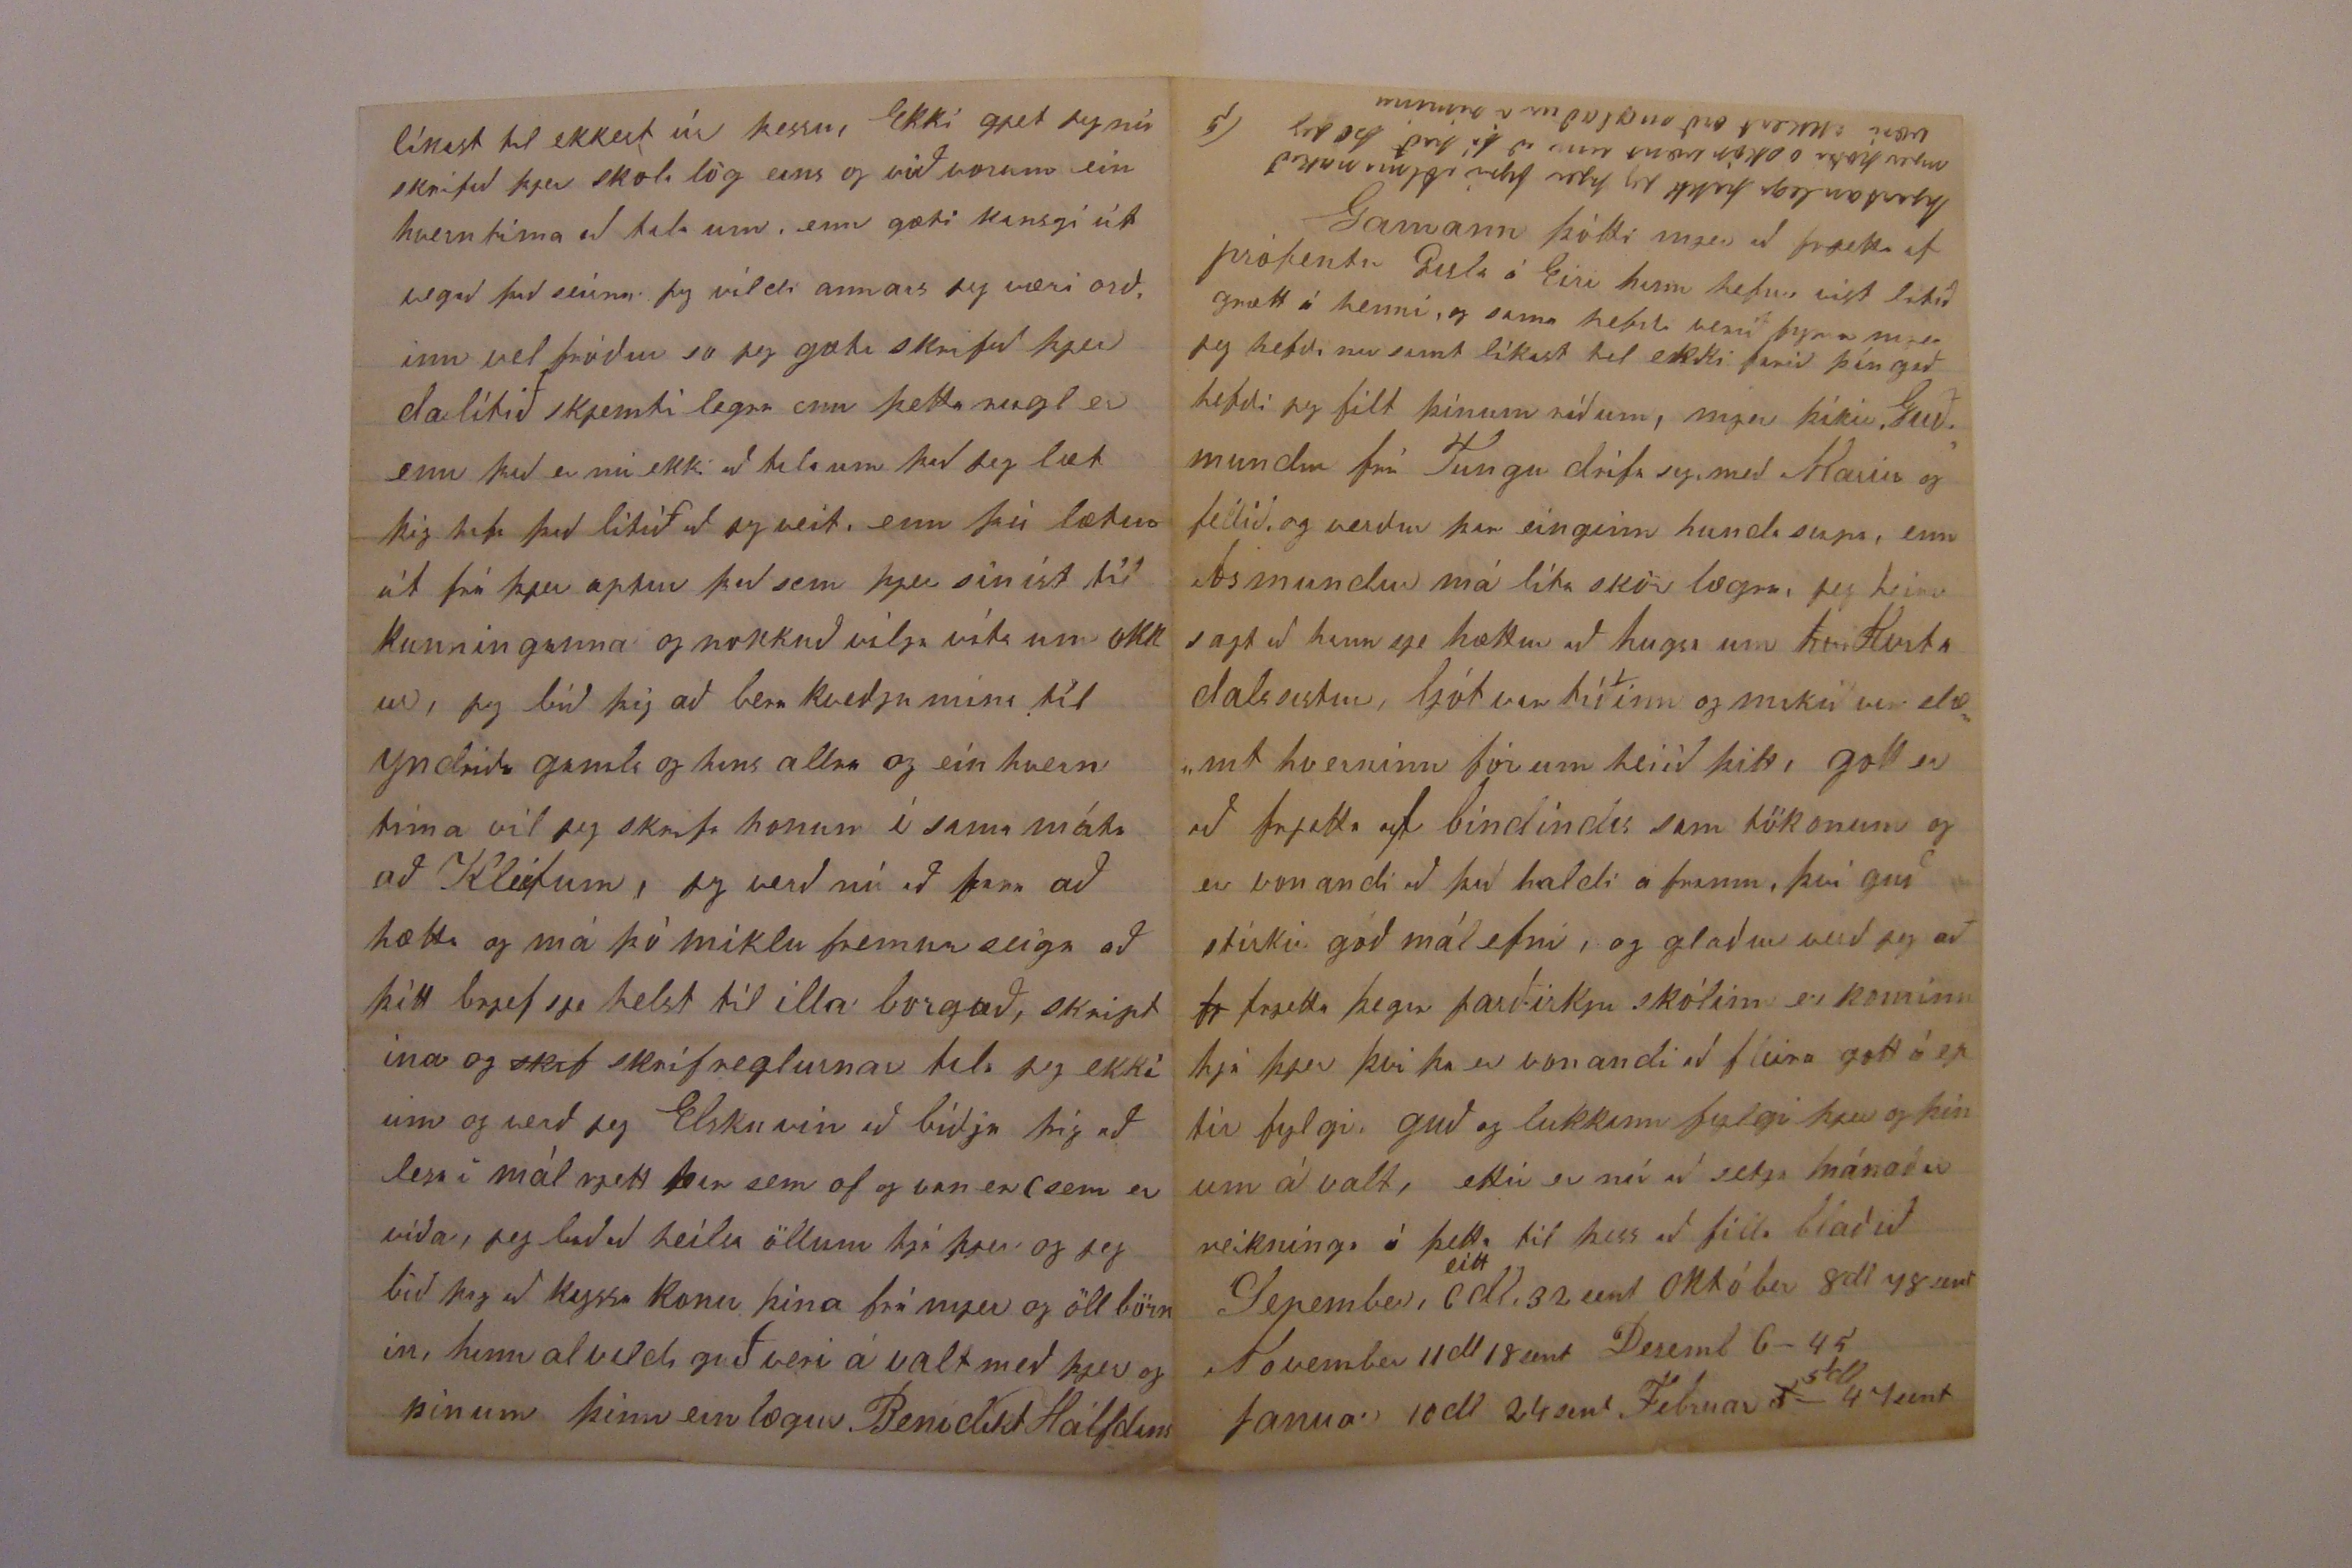

ertum 70 sent 1 dúsin af eggjum 13 sent eplinn voru 1 peck á 15 sent og þotti okkur það dírt og hættum að kaupa þaug með því okkur þótti lítill ljettir að því það var mest til sæl gætis, enn síðann hefur húsmóðurinn altaf gjefið Sigríði nó af eplum, jeg held nú að það merkilegasta sje búið jeg er ekki að skrifa allar róur næpur og þess konar rusl hræddur er jeg um að taka mig nokkuð lángann tíma að jeg ekki beri
ekki
sárann söknuð til ijslands þó jeg finni
að
að það sje ljettara að hafa sig á framm hjer það er að sega þegar maður hefur lært mál og verk og gerir mykið um mismun á veðráttu og svo að gjeta bæði selt og keipt hvað helst sem maður þarf og hafa so að seiga ekkert fyrir að flitja eða eiða tíma til, jeg er nú stundum að ráð gjera að læra hjóla smíði og koma so heim og fara að smíða vagna og hafa annan með sem bír til búninga og svo að hafa sitt hvað meira, enn þegar jeg tala við yslendinga þá vilja þeir drepa þetta niður og verð
líkast til ekkert úr þessu, Ekki gjet jeg nú skrifað þjer skola lög eins og við vorum ein hvern tíma að tala um, enn gæti kansgi útvegað það seirna jeg vildi annars jeg væri orðinn vel fróður so jeg gæti skrifað þjer dalítið skjemtilegra enn þetta rugl er enn það er nú ekki að tala um það jeg læt þig hafa það lítið að jeg veit, enn þú lætur út frá þjer aptur það sem þjer sínist til kunninganna og nokkuð vilja vita um okkur, jeg bið þig að bera kveðju mína til yndriða gamla og hans allra og einhvern tíma vil jeg skrifa honum í sama máta að Kleifum, jeg verð nú að fara að hætta og má þó miklu fremur seiga að þitt brjef sje helst til illa borgað, skriptina og
skif
skrifreglurnar tala jeg ekki um og verð jeg Elsku vin að biðja þig að lesa í mál rjett þar sem of og van er (sem er víða) jeg bið að heilsa öllum hjá þjer og jeg bið þig að kyssa konu þína frá mjer og öll börnin, hinn alvaldi guð veri á valt með þjer og þínum þinn einlægur Benidikt Hálfdans
1879
Davenport 4 Maí
Elskulegi Torfi minn
Af hjarta oska jeg að hinn algóði guð gjefi þjer gott, gleðilegt og auðsamt Sumar í Jesu nafni Af ást og alúð þakka jeg þjer þitt alúðar filst. til skrif með tekið 19 Apríl sem gladdi mig mikið að heira að þú og þið oll voruð lifandi við góða heilsu ásamt mart fleira sem það færði mjer sumt til gamans og sumt til gagns fyrir framm tíð mína hjer, og sje jeg þína nákvæma um hugsun fyrir vel ferð okkar sem firri þó jeg mót vilja þínum og mjer hálpart til leiðinda á stundum færi svona lánt frá þjer því ekki bið jeg við að hitta neirn hjer sem jeg gæti nemt Torfa. Enn nú vantar mig orð og mál færi að skrifa þjer eins og jeg vildi, enn þú virðir á hægri veg fyrir mjer, mjer sárnar opt hvað jeg er klaufs
klunnarlegur að skrifa og orða rjett, og sje jeg best gallana á eptir, enn að skrifa upp aptur tæki mig so lángann tíma, og jeg ætti þá líka víst að skémma fyrir mjer sums staðar svo jeg
hef
tekið það fyrir að láta sitja við fyrsta
so
rensli. Jeg spái að þjer þiki nú vera komið nó af þessu frjetta lausa rugli. Mjer þiki vest hvað jeg er há grænn og hef svo lítið gjetað talað við fólk í vetur og veit þess vegn svo lítið hvað framm fer í kring
Jeg skrifaði þjer að mig
mig
minnir 10 október Eptir það var október fremur kaldur optast heið bjart og töluvert frost um nætur og optast norðann átt, fyrsti vetrar dagur var veður norðann stór rigning Kuldi November birjaði með heið birtu og frosti og 6 var hjer snjór kominn 3ja þuml. djúpur og þessi frost hjeldust til 10 þá komu aptur þíður og gott veður eða sem ímist var heið bjart eða væta til 25 þá var norðann kafald og fremur kalt sem eptir var af þess m
Desember birjaði líka með heið birtu og 6 var frost komið í jörð 2 þml og þennan m var optast heið bjart vestur utan n
5
Kafaldsdaga, Níársdagurinn var fagur skaf heiðríkt lopt og logn dálítill snjór og eptir það var þessi manuðir fremur kaldur optast heið bjart töluvert forst og nokkur snjór. Febrúar var hjer lítið betri enn stundum er heima með hörku frostum og snjókomum og þotti mönnum hjer hann vera mjög slæmur, Mars birjaði aptur með betra veðri og mætti heita fremur gott firra part, enn seirni partur kaldur 22 þá var hjer mesta kafald sem komið hefur í vetur allann daginn Apríl firstu dagana fremur kalt 2-3ja þá var norðann hvass með nokkri snjókomu og voru það síðustu kafaldsdagar eptir það fór að koma vor veður, enn þó
sáðst
dálítið frost
um nætur
til 19 á Síðasta vetrardag plægði jeg first í Amíriku og þotti hús
(Jeg ætla bara að reina að sega sem rjettast að jeg gjet um
mig
sem aðra því það er ekki til neins að sega að maður hafi þetta og þetta og það sje þo ekki satt)
Jeg seigi þjer kansgi seirna því jeg skrifa
fy
þetta hjer fyrir ofann
svo hef jeg bigt töluvert af girðingum bæði sem hefur brotnað niður og svo nyar auðvitað úr trjám og borðum hús bóndinn hefur 5 ekrur af landi, hálfa mílu frá heima landinu á þessu landi stóð hús garmur þetta hús hefur hann latið mig smíða upp í vetur, rífa first og
su
snua um dirum
og
gluggum, og er það nú búið undir plastur og verð það all gott hús um það er klárt 20 feta lánt 19 feta breitt, 9 fet undir þak. Jeg hef haft til hjalpar mann 1 dag við þetta hús og 2var hefur smiður komið til mín og sagt mjer til, nú tekur annar við að plastra, jeg heiri sagt að Kristinn sie að byggja þetta hús fyrir mig húsmóðurinn hefur sagt Sigríði það enn ná granna bændur mjer það er nú sjálf sagt að landið á að fylja með, jeg veit til að menn hafa komið í vetur og viljað fá þetta land rentað enn hefur verið neitað, mjer þikir þetta land lítið til að lifa af enn þó sega mjer sumir að jeg skuli græða meira á því enn að vera eins og jeg er já enn jeg þikist þurfa að græða meira enn peninga. Jeg þarf að græða mál, verknað og siði manna hjer
þegar þetta er feingið þá er gott að fá land enn jeg má þá ekki vera orðinn of gamall þetta verður nú samt allt eptir því hvað hann rentar landið hitt, gjeti jeg reiknað út að jeg græði við það svo sem 100 doll yfir árið að frá reiknuðu eptir gjaldi og kosnaði til að lifa af, þá þikir mjer líkast að jeg taki það ár lánt ef bíst. Jeg þikist nú lítið læra hjer að vinna svona allt af
eirn
eirn og svo er þetta svo til ill farmur, hjer er bóndi í næsta húsi sem jeg hef opt komið til í vetur, hann hefur 3 tím taminn og svo folöld og trippi 15 naut gripi 60 fjár og eptir því öllu dauðir og lifandi smíðatól til hvers sem vera skal Sláttu vjel rakstrar og þreskjuvjel, hann hefur fjarska mykið land jeg veit ekki fyrir víst hvað margar ekrur, þess bóndi hefur verið mjer mjög vinveittur og opt viljað tala við mig meira enn við höfum gjetað, sínt mjer farminn sinn og hvernin hann hefði það og það, núna fyrir stuttu spurði hann mig hvað leingi jeg ætlaði að vera þar sem jeg væri og hvert mjer mindi ekki líka betur að vera þar sem væri stærri farmur líkt og hjá sjer
hann sagði hjá sjer þirfti jeg skjaldan að vinna eirn og hliti að læra allt mykið firr og hann mindi gjeta gjert mig að góðum farmer á stuttum tíma. Jeg sagði honum hvað leingi jeg hefði lofað að vera, og hús bóndi minn mindi ekki gjeta virt mig eins ef eg ekki reindi að enda loforð mitt, enn úr því væri jeg frjáls að fara, hann sagði að jeg væri alveg rjettur, enn skildi hugsa epir sjer, Nuna seiga þeir okkur úr ensku blöðunum að það
2 - 300
fari 2 til 300 mans á hverjum 10 dögum úr Canada upp til Manitoba því allir búast við úr því kirra hafs brautinn er kominn að þá verði bráðum neta lagnir af fleiri brautum og er búist við fjarska frammförum í Manitóba Jeg heiri sagt að flestir heldri menn í Toronto spá því að eptir mansaldur verði manitoba betra fylki
e
enn Ontarió, Sigtr Jónasson heldur líka fylkinu Manit. vel framm í frammfara No 16 þar hann telur til að hveiti sje 5 bussselum meira af ekrunni enn bestu hveiti löndum annar staðar og frá
3-13
hvert bushel
pundum þingri Ef þú ekki hefur Framm fara þá láttu mig vita jeg kaupi hann og ysa fold og gæti vel sent þjer Framm fara ef þú vilt mjer þætti leiðin legt að fá ekki neinar frjettir neinstaðar að svo mjer þætti betur að hafa þessi 2 blöðin enn ekki neitt og lesum þaug líka vel jeg hef skrifað til minnisóta Joni Br Guðmundi og Birni Sæmundssyni nokkur brjef Jjón seiir mjer að koma það fyrsta að jeg gjeti og skuli jeg hafa hús hjá sjer því sjer leiðist að vita af sveitungum sínum í þeim fúla rassi sem jeg sje í, jeg skrifaði hönum aptur og þakkaði honum til boðið, Guðm seigir okkur vel kominn þar vestur og seigir mjer frá uxum sínum og kúm, svo skrifaði jeg honum aptur hálpart ónota bjref, enda hefur hann ekki skrifað síðann og er jeg þo búinn að lofa því að svara honum Björn Sæm fór vestur seint í Sepember og Guðmundur frá Hafnar holmi við Steingrímsfjörð, Björn biður mig að koma vestur og lofar mjer hjalp þegar þar komi og lætur mykið vel yfir að vera í minnióta
Björn seigir mjer að kona J Brandsonar muni hafa kunnað mjög ílla við sig fyrst eptir að hún kom vestur enda ræð jeg það í brjef Jóns til mín ekki seigir B. að beri neitt á leiðindum í gamla Guðmundi enn hræddur þikist hann vera um að gamla konan hafi ekki kunnað vel við sig og kansgi ekki enn og þótt skrítnir sumir siðir, og svo hafi mátt stundum heira á henni að það hafi ekki sem best spilast úr Tjaldanes peningonum eða ráðið sem hagan legast, og eru fleiri á því máli að þeir hafi orðið odrjugir í höndum enn stórhuga sá sem með höndlaið eða eins og ekki þekt hjer lífið vel og þess vegna misheppnast ráðslag mart, þetta seigir Björn og þá með að það hafi verið gamann að heira forstands rokurnar í Þuríði gömlu hvernin hún vildi
þ
hafi það og það þetta var í Mars þá var Guðmundur ní búinn að kaupa hesta tím á 300 doll
og ljet hann þar
um
uppi 2 uxa tím og 1 kú og 75 dl sem hann á að borga í
hast
haust og seigir hann að þá sjeu aðrir og aðrir 75 sem þá eigi að borgast, Jeg hef heirt úr öðru brjefi að G.m. væri í 500 dl. skuld, Björn og Guðmundur ljetu hann hann hafa það sem þeir höfðu til af peningum þegar vestur
kom
í haust, og telur G.m óvíst að hafa það aptur, enn seigir að Björn hafi það betra því hann hafi tekið það út í vetur, B Sæm. var til húsa hjá Guðmundi, enn Guðmundur þessi frá Hafnarholmi kansgi ekki ánægur hann beiddi sjer fyrir konu sistir Guðm. enn var neitað (eins og stundum kjemur fyrir) B S. seigir mjer að Jón Br hafi mykið iðraðst eptir hvað hann hafi verið fljótur á sjer að taka land því hann hefði gjetað valið sjer betra land seirna, þar fyrir heldur hann að Jon komi fljótt til
að verða
góður bondi sem heima, þegar jeg skrifa vestur læt jeg mjög lítið yfir velgeingni minni hjer í Canada, rjett svona að jeg hafi fyrir
okkur að lifa af, enn þeir skrifa mjer allt so glæsilegt og koma koma, nú fer jeg að spurja þá hvað mykið þeir myndu gjeta lánað mjer ef jeg gæti komist vest, því þá langaði mig til að
k
taka strags land! enn jeg spái að strákurinn verði líkur og frá Jóni til J Guðmunds og spár þínar rætist að jeg fari ekki úr Canada firri enn jeg viti dá lítið meira enn jeg kom, því jeg sje það æ betur og betur að það er betra að vita og kunna, heldur enn nokkir peningar og kunna ekki með að fara mikið vil jeg vera þakklátur við þig fyrir það sem þú varst búinn að kjenna mjer verklega og eins að seiga mjer og seigir enn um Ameríku því það sem af er hefur það verið mikill ljettir fyrir mig og er viss um að verður alltaf mjer til frammfara og gós
lært af þjer
það sem jeg gat lært þjer í orði sem verki jeg er ekki svo kunnugur enn og verð ekki að jeg gjæti hrakið út reikning þinn um Ameriku það sem af er þá finst mjer að þú gjeta
betur sagt um Ameríku eptir fáar vikur sem þú varst hjer, held
ur
enn mjer finst Guðm. seiga eptir 5 eða 6 ár. það sem jeg frjetti af löndum sem komnir eru og koma í sumar skal jeg seiga þjer seirna á samt því sem jeg fræðist hjer með málinu þú biður mig að seiga þjer sem greinilegast um heimilislíf hjer og er það nú ekki svo mykið sem jeg gjet sagt um það jeg gjet vel ímindað mjer eptir því sem jeg hef tekið epir
g
að jeg gæti sagt nokkuð betur af heimilislífi bóndans sem jeg sagði þjer frá
og
ef jeg væri búinn að vera þar eins leingi, enn þó skal seiga þjer nokkuð það er þá fyrst að húsbóndinn Charles Turver er frá Einglandi búinn að vera prestur um 30 ár hann kom hingað ógiftur og gifist hjer konann bjó hjer í brikkhúsi hvítu sem bróðir hennar gaf henni á samt mörgum á höldum húsið er 43 fet að leingd 28 fet a breidd og 15 fet undir það kjallari er undir því hálfur, hjóninn
eiga 3 börn oll kominn upp 2 sini annar þeirra er Doktór enn hinn er heima og sistir hans 23 gömul, svo þaug eru 4ur og vinnukona sem er búinn að vera í 7 ár svo þetta þekkist vel, enda er það auðheirt stundum á kvennfólkinu því optast nær ef meira er gjert í eirn tíma enn annan einkanlega þegar þvottdagar eru þá er hörku rifrildi og liggur við
ha
hnefa leik eins milli mæðgnanna því hverri þikir sitt best, og er hálpart ilt og broslegt að heira til þeira stundum þegar þær eru að seiga okkur frá hvað hver hafi sagt enn við gjegum lítið útá það og þikust þá ekki skilja til þess að stigga aungva þeirra því það er allt gott við okkur og mjer finst betra nú enn first hús bóndinn er mjög spakur og dagfarsgóður maður, þrifnað og hreinlæti má læra hjer vel, enn til högun á verkum líkar mjer ekki vel því það verður svo opt ódrjú vinna (eins og stundum er hjá prestum) í vetur var ekki farið á
fætur firri enn kl. 6 og
á 7 00
morgun matur tekinn frá 8-9 miðdag frá 1-2 kvoldinn kl 7 enn við höfum tekið okkur snið eptir næsta húsi þess sem jeg hef áður drepið á
Abr Ræs
tekið morgun mat kl 7 miðdeigi í frysta tíma þá er þar alltaf hrikt stórri klukku svo verka folk hans heiri hvar sem er við vinnu (hann hefur 200 ekrur) hætt kl 6 enn síðann voraði þá er það
firri
farið á fætur hálf
6
6 og hætt 7, fyrir guðs náð hefur okkur alltaf liðið vel hvað líf og heilsu snertir og
dingurinn
hefur altaf ver vel frískur og þægur og mikið geingur á húsmoðurinni að sína hann þegar kunningafólkið hennar kjemur, enn lítið hefur hún nú græðd á því enn þá. mig minnir að
sega
jeg seigi
þjer frá húsinu okkar í haust það er 15 feta lánt 10 feta breitt 8 fet undir bita. (svo jeg gjet vel staðið upprjettur) svo höfum við pláss á lopti yfir þessu húsi og þar höfum við rúmið okkar að sumrinu, hjer er nú inni öll búslóðinn eldstóin rjett að kalla hjá rúminu og búrið hjá stónni, skápur sem jeg smíðaði
í vetur við höfum haft góðann hita í þessu húsi í vetur þó frostinn væru þá var lagt vel í stóna jeg er líka búinn að eiða í eldivið síðann first í Sepember 10dl 90 sent, 600 pund af kolum hef jeg feingið fyrir 1 dl og 5 1 Cord af við, pæn, 3 dl 50 sent, svo set jeg hjer að gamni mínu hvað jeg eiði yfir hvern mánuð, því jeg gjet ekki verið að draga yfir hvað eiðd er og segja einungis frá gróðanum eins og svo margir gjera sem hingað koma því eptir því sem jeg hef komist sem næst þá hafa ekki allir svo mykið af gangs þótt kaupið sje hátt og þó einhleipir menn sjeu jeg veit til að minda um suma hjer í borginni, sem fer líkt fyrir og kláronum sem urðu spikfeitir á sumrinu og epir því horaðir á vorinn, sumir drekka í laumi, reikja og
tikkja
tigga tóbak og mart fleira smávegis, enn það er eins og þar stendur það massast uppí krags og líningar, og hjer er hægt að koma út sentum jeg þikist eiða miklu og þó viljum við bæði spara það sem gjetum, því Sigríður
vill um framm að jeg gæti sem fyrst eingnast land og jeg er nú líka mikið með því að lífið hjer sje ekki verulega skiemti legt firri enn maður fer að sjá auð af vinnu sinni á sínu eigin landi gömlu bændurnir hjer hafa það makalaust ró legt og gott, jeg vildi bara að þú
go
værir búinn að búa hjer eins leingi og heima jeg spai því að það væri orðinn næs farmur hjá þjer. Jeg gleimdi að gjeta þess hvað heimilis líf snertir að það lítur út fyrir að folkið sje guðhrædd hjoninn lesa mykið á sunnudögum í biblíunni og fara í kirkju og vætt þótti þeim þegar þaug vissu hvaða trúar við vorum, við lesum í Jóns bók á hverju sunnudeigi og svo kabla úr biblíunni enn sjaldast er nú við lesturinn nema við hjóninn og Stína, 2 hef jeg farið í kirkju enn Sigríður nokkuð opt á kvöldinn og hef jeg þá verið barnfostrann, jeg hef gjert það til þess að Sigríður gæti fremur heirt og sjeð hverninn allt fer framm, og til að rjetta sig dálítið upp, enn jeg er að sniglast til og frá hina dagana
hjartanlega þakk jeg þjer fyrir Almanakið mjer þotti osköp vænt um að fá það þo jeg væri ekkert orð ruglaður í ríminu
Mars 5 dl 40 sent Apríl 5 dl 14 sent leingra er ekki komið, jeg ætla ekki að hjalpa þjer til að reikna út hver er af gángur, mig minnir að jeg skrifaði þjer kaupupphæðina 10 dl um mánuð, þarna er allt í sem við höfum þurft á að halda 5 dolara virði í fötum 2 skór aðrir á 2-50 og 1-50, kjet um mánuð frá 35-40
$
, það kjemur hjer 2var í viku nýtt og ferst og gánga konurnar að vagninum og taka hvaða helst sort sem þær vilja Sigríður hefur tekið kjet sem hefur verið frá 4 til 6 sent $, gott kinda kjet er frá 10 - 12 sent og eins aptari partur
af
nauta kjeti sem er haft í steik kalfskjet er 6 sent,
eitt pund af
$ af sikri á viku það er 9 sent
$
3
$
af te síðann í Sepemb 1
$
40 sent 1
$
af kaffi á 30 sent það höfum við þegar við höldum okkur eldusdaga til að minda Jóladaginn Nýárs og Páska og Sunnudögum, 10
$
um manuð af hafra mjeli 3 sent
$ið
, mjel í brauð 28
$
um mánuð pundið 2 1/2 als höfum við
k
tekið 3
$
af smjeri 30
sent
$
Jeg hef tekið 1 bushel af